Bréfritari: Þórarinn Stefánsson
Dagsetning: A-1920-01-03
Skrifað á: Vesturheimi

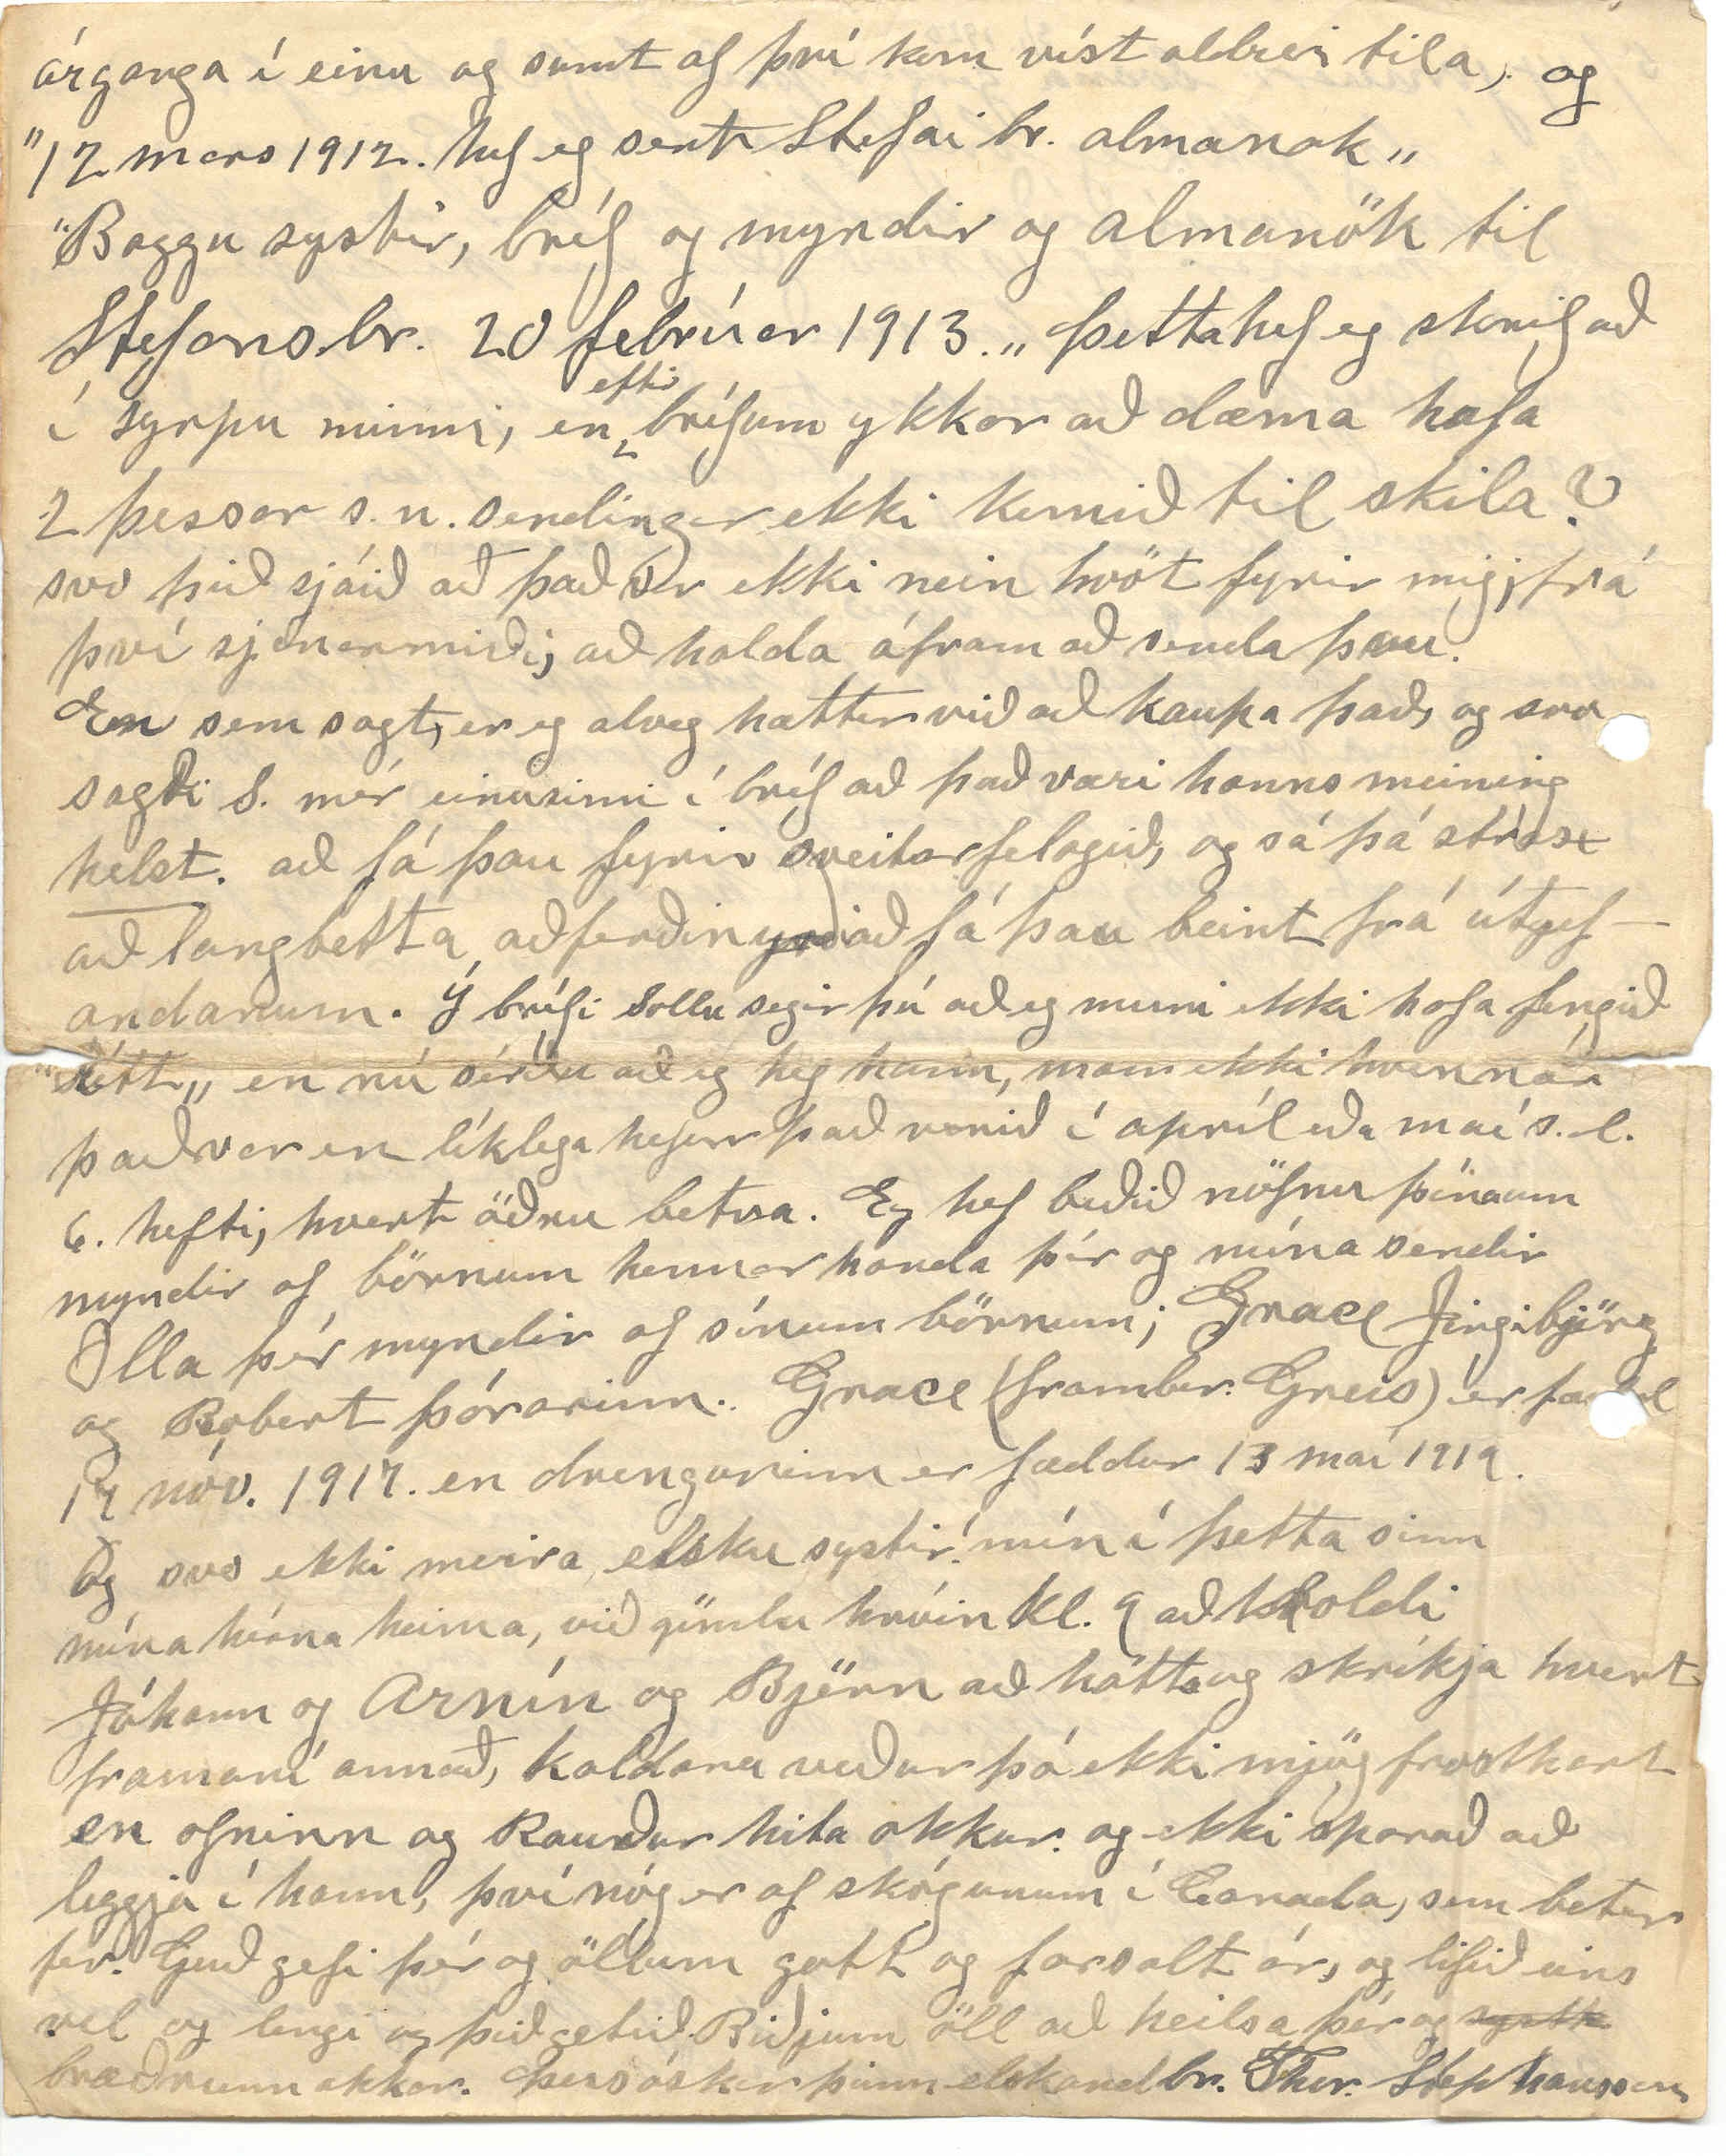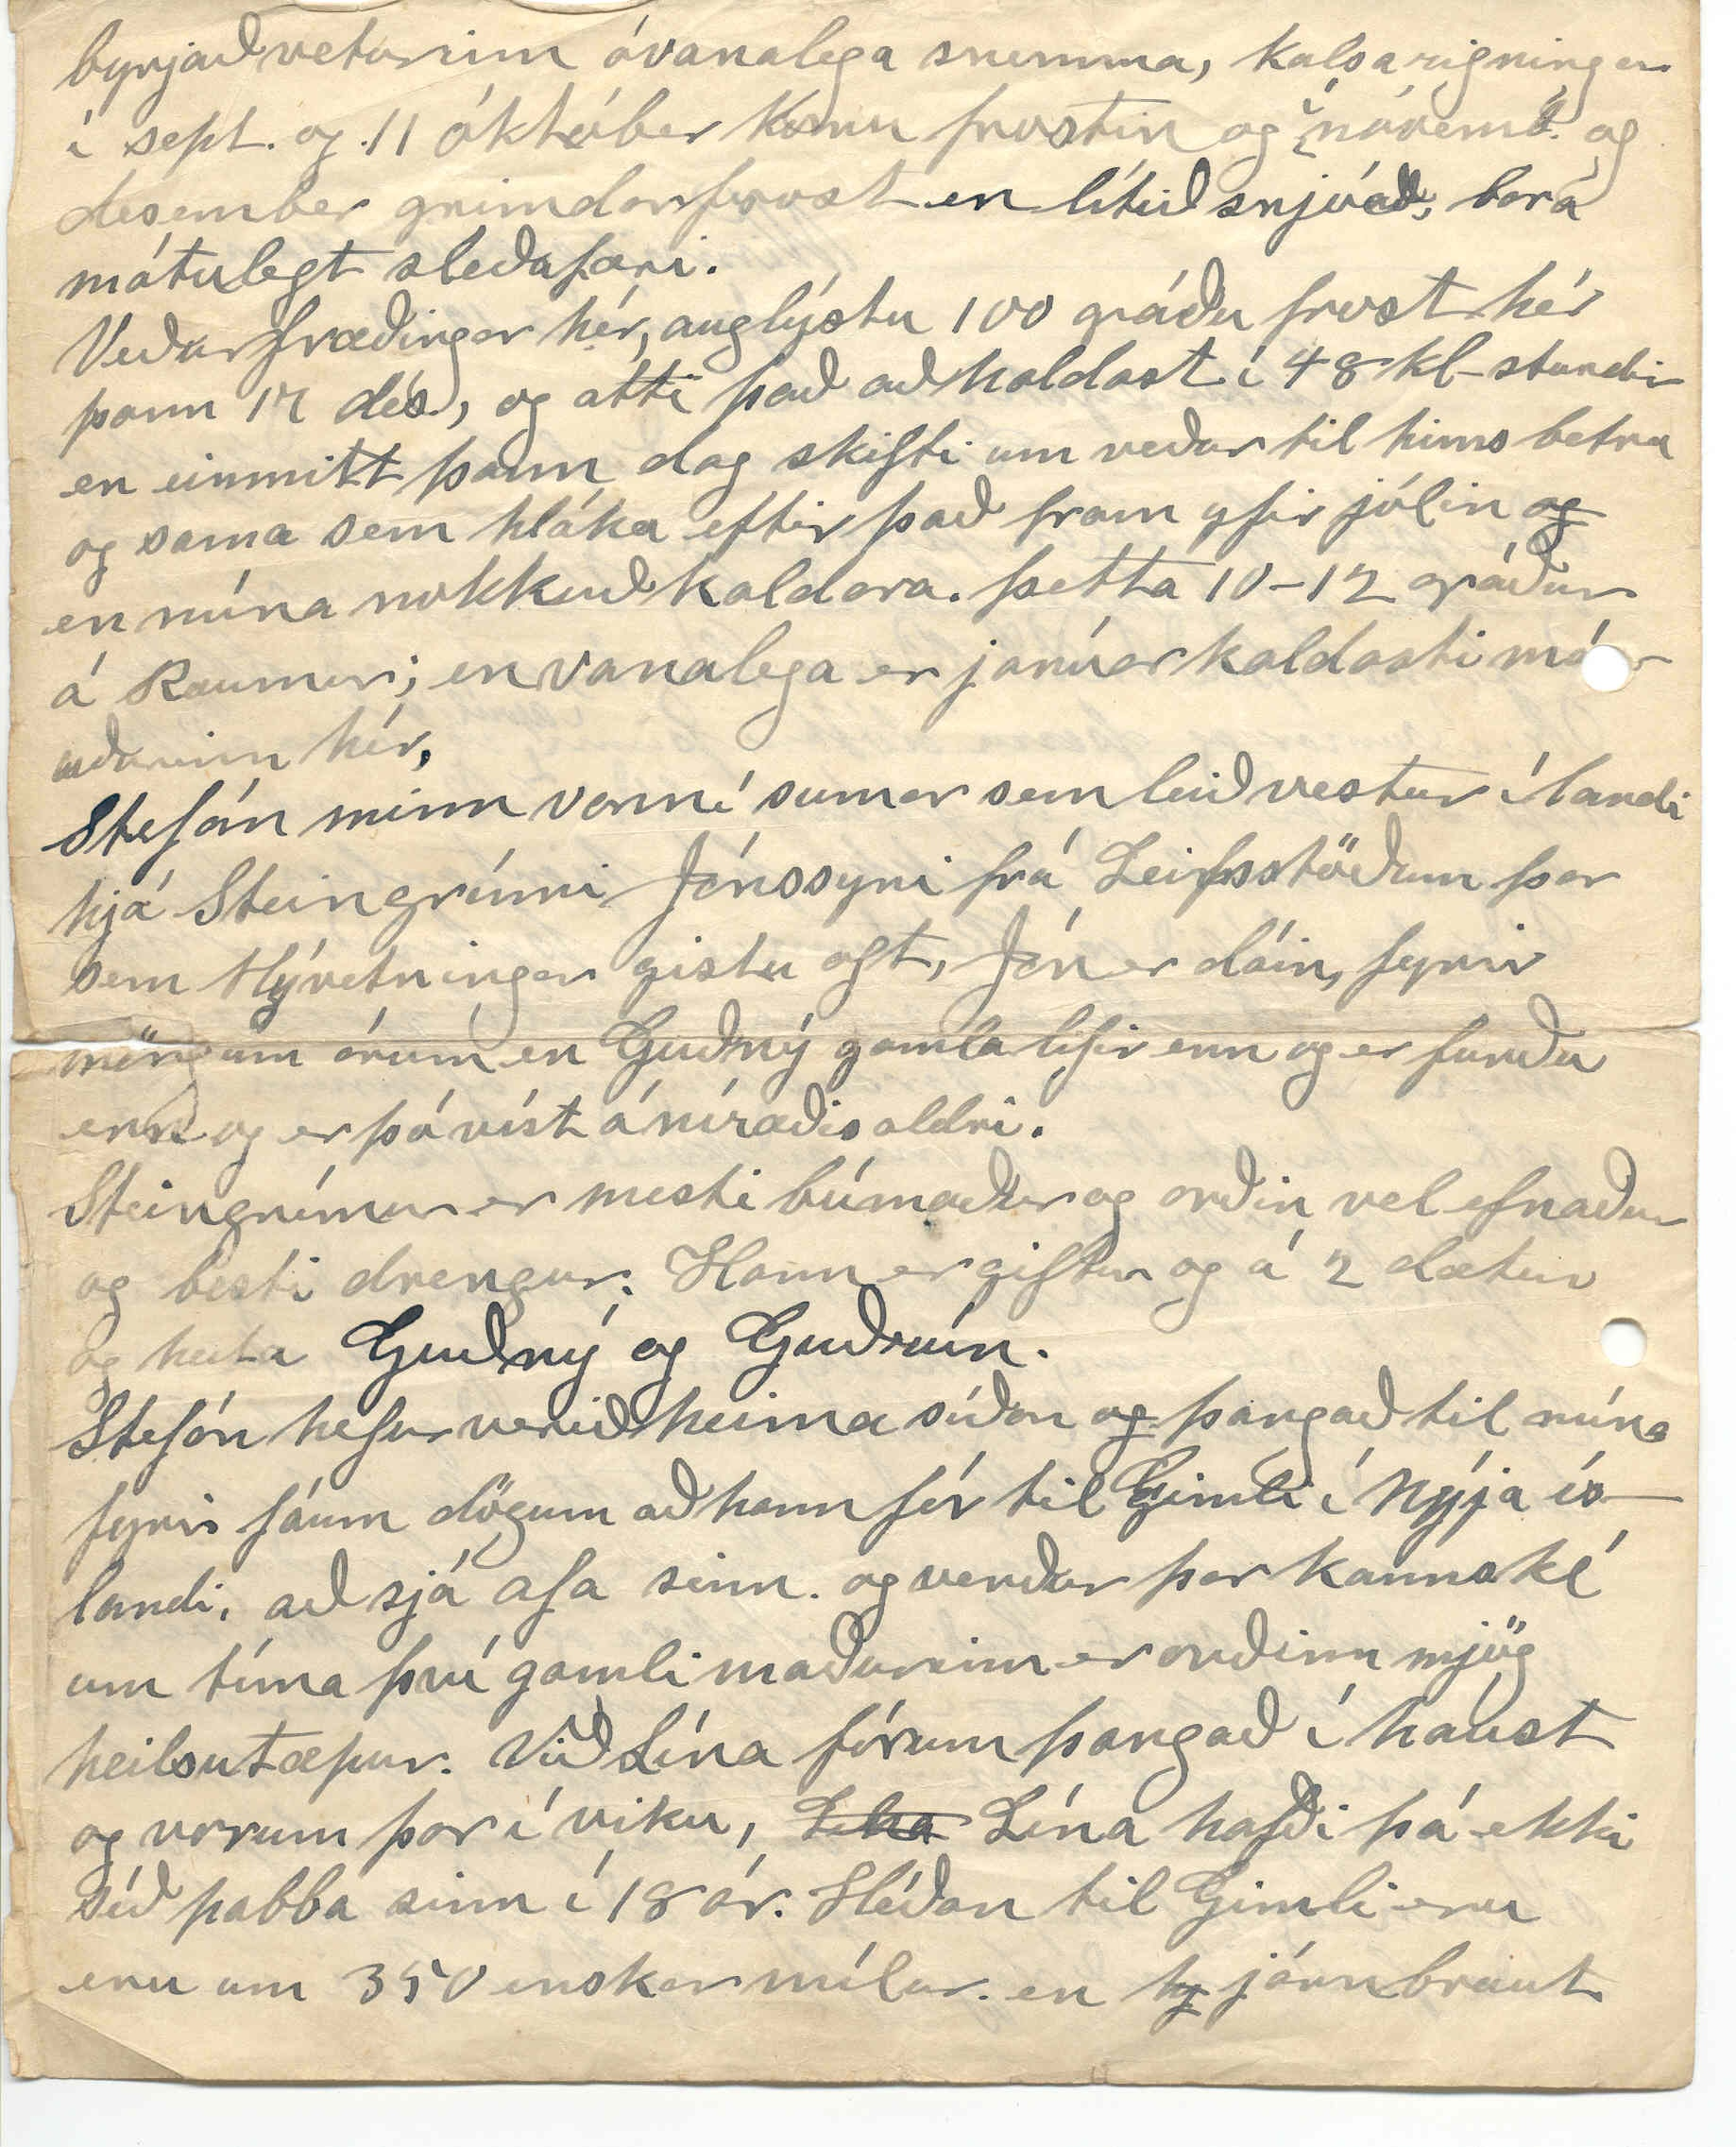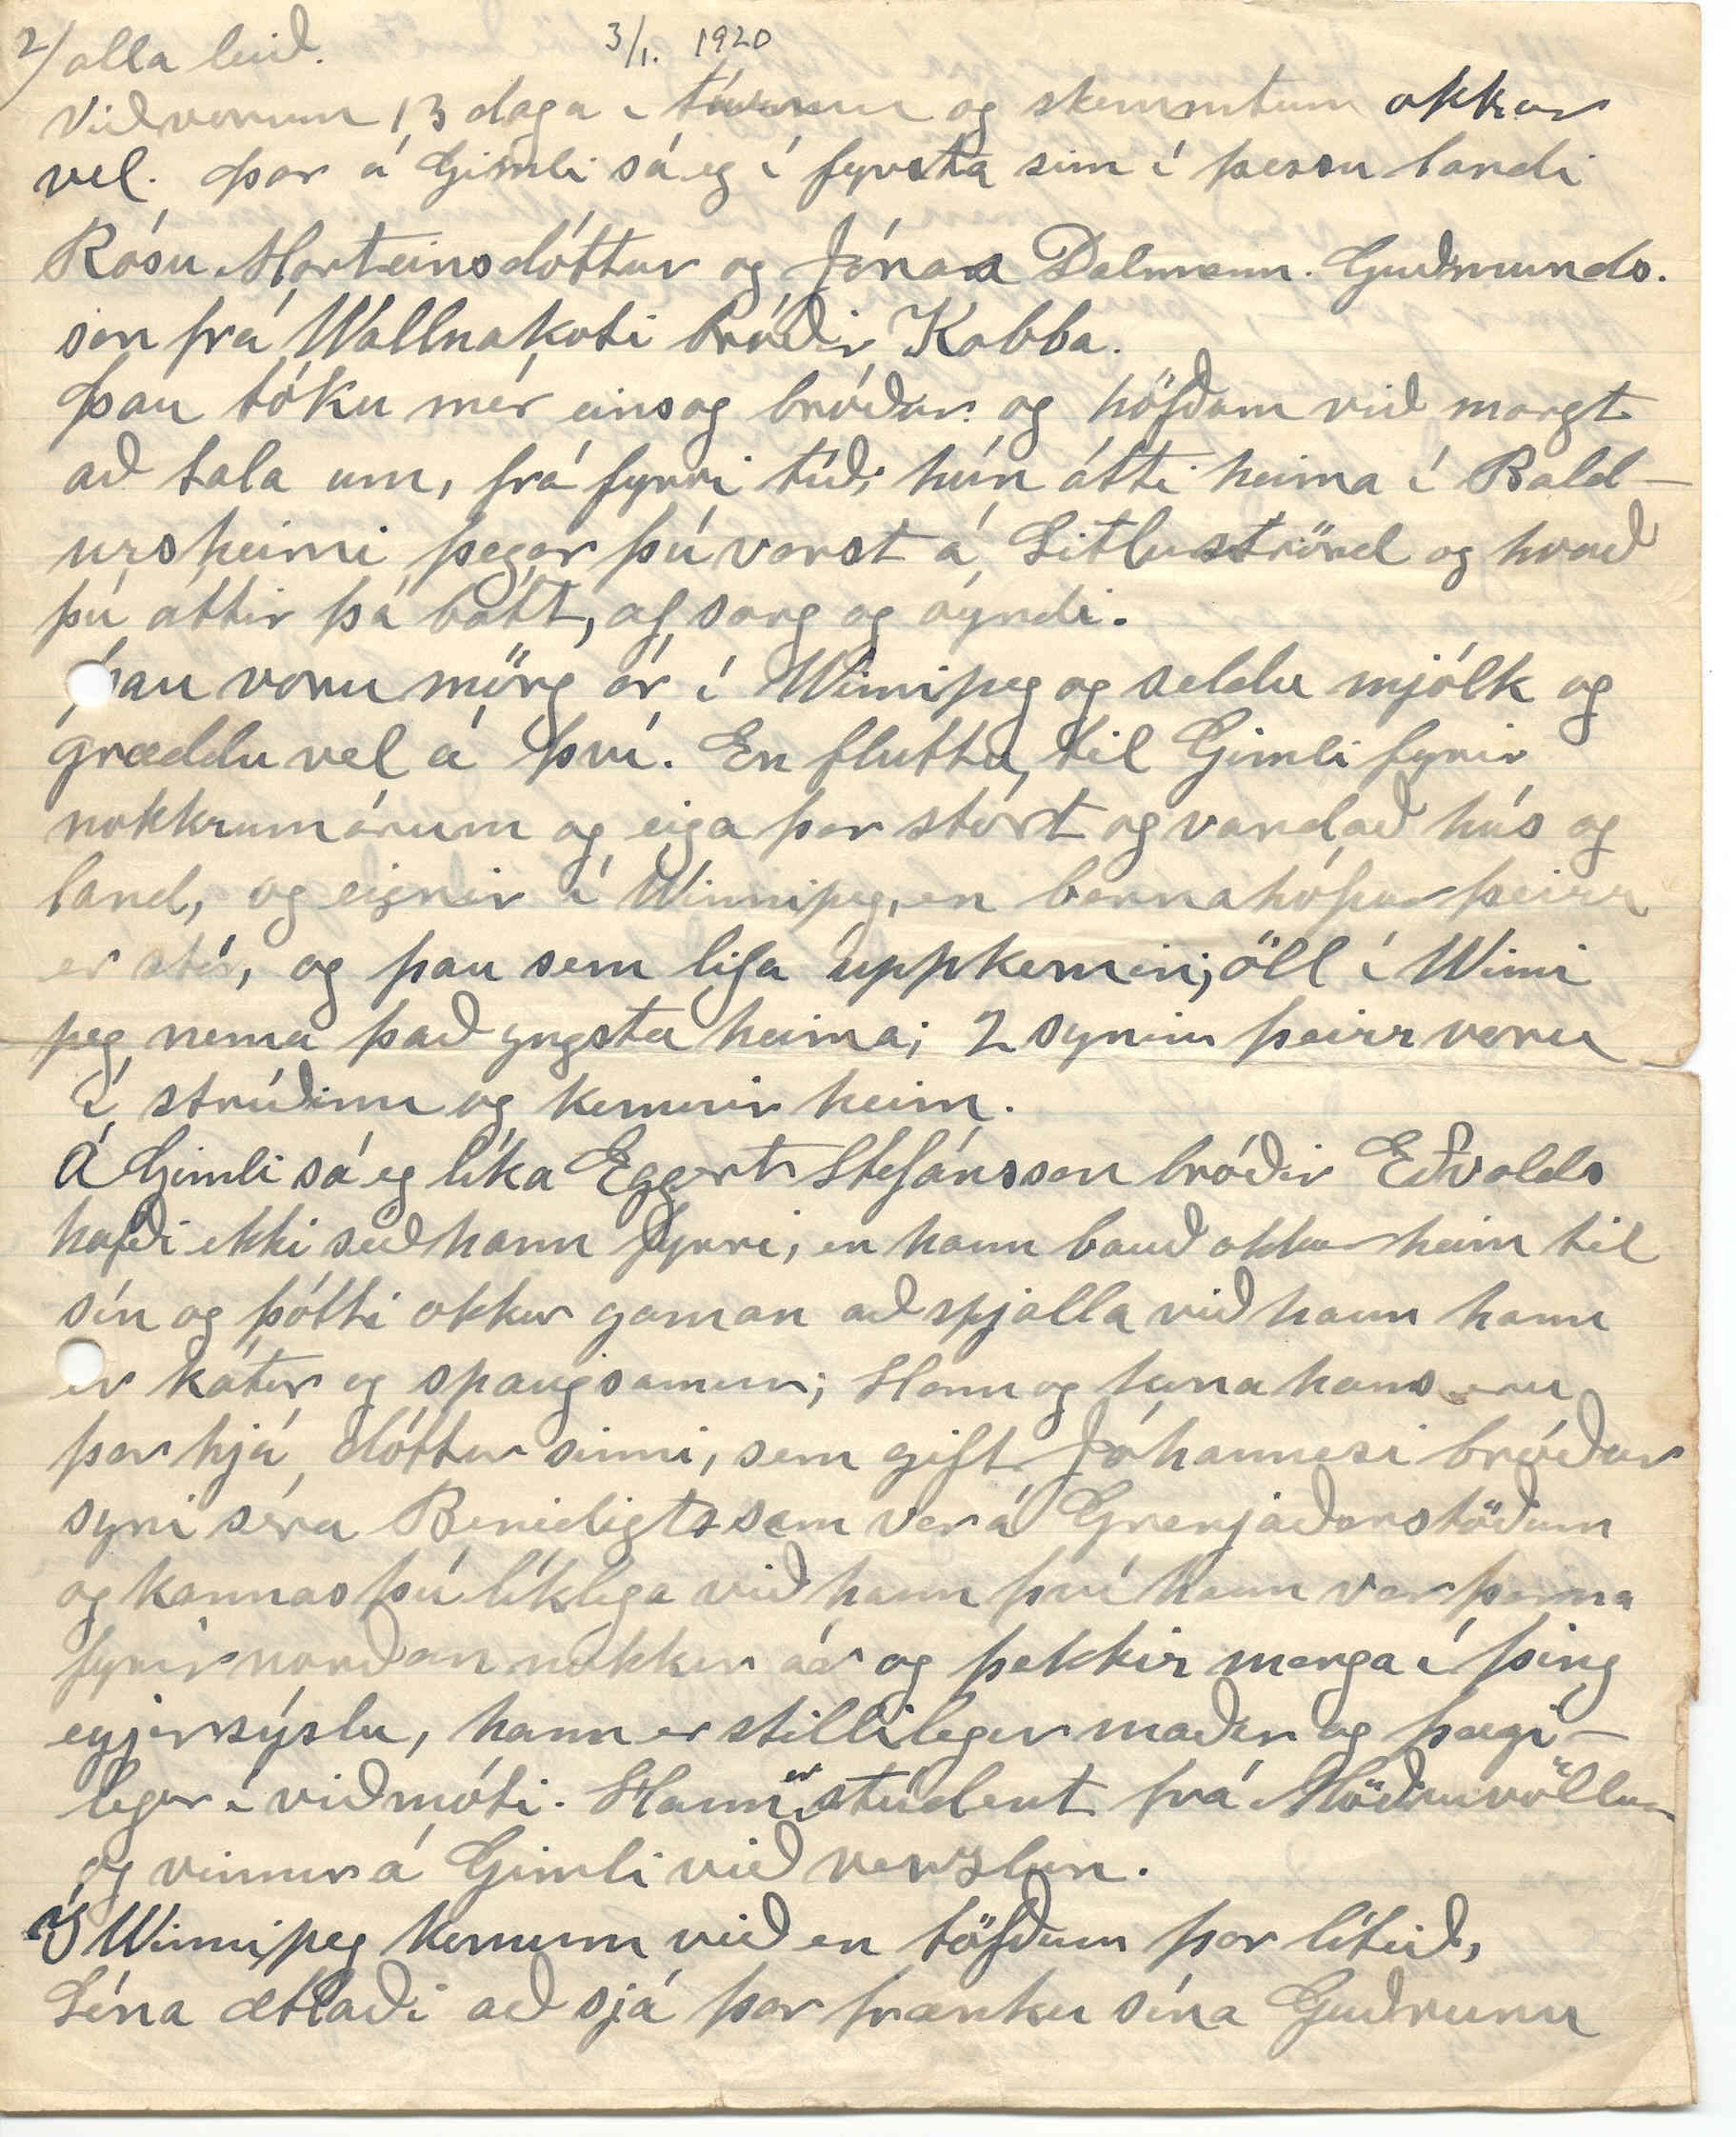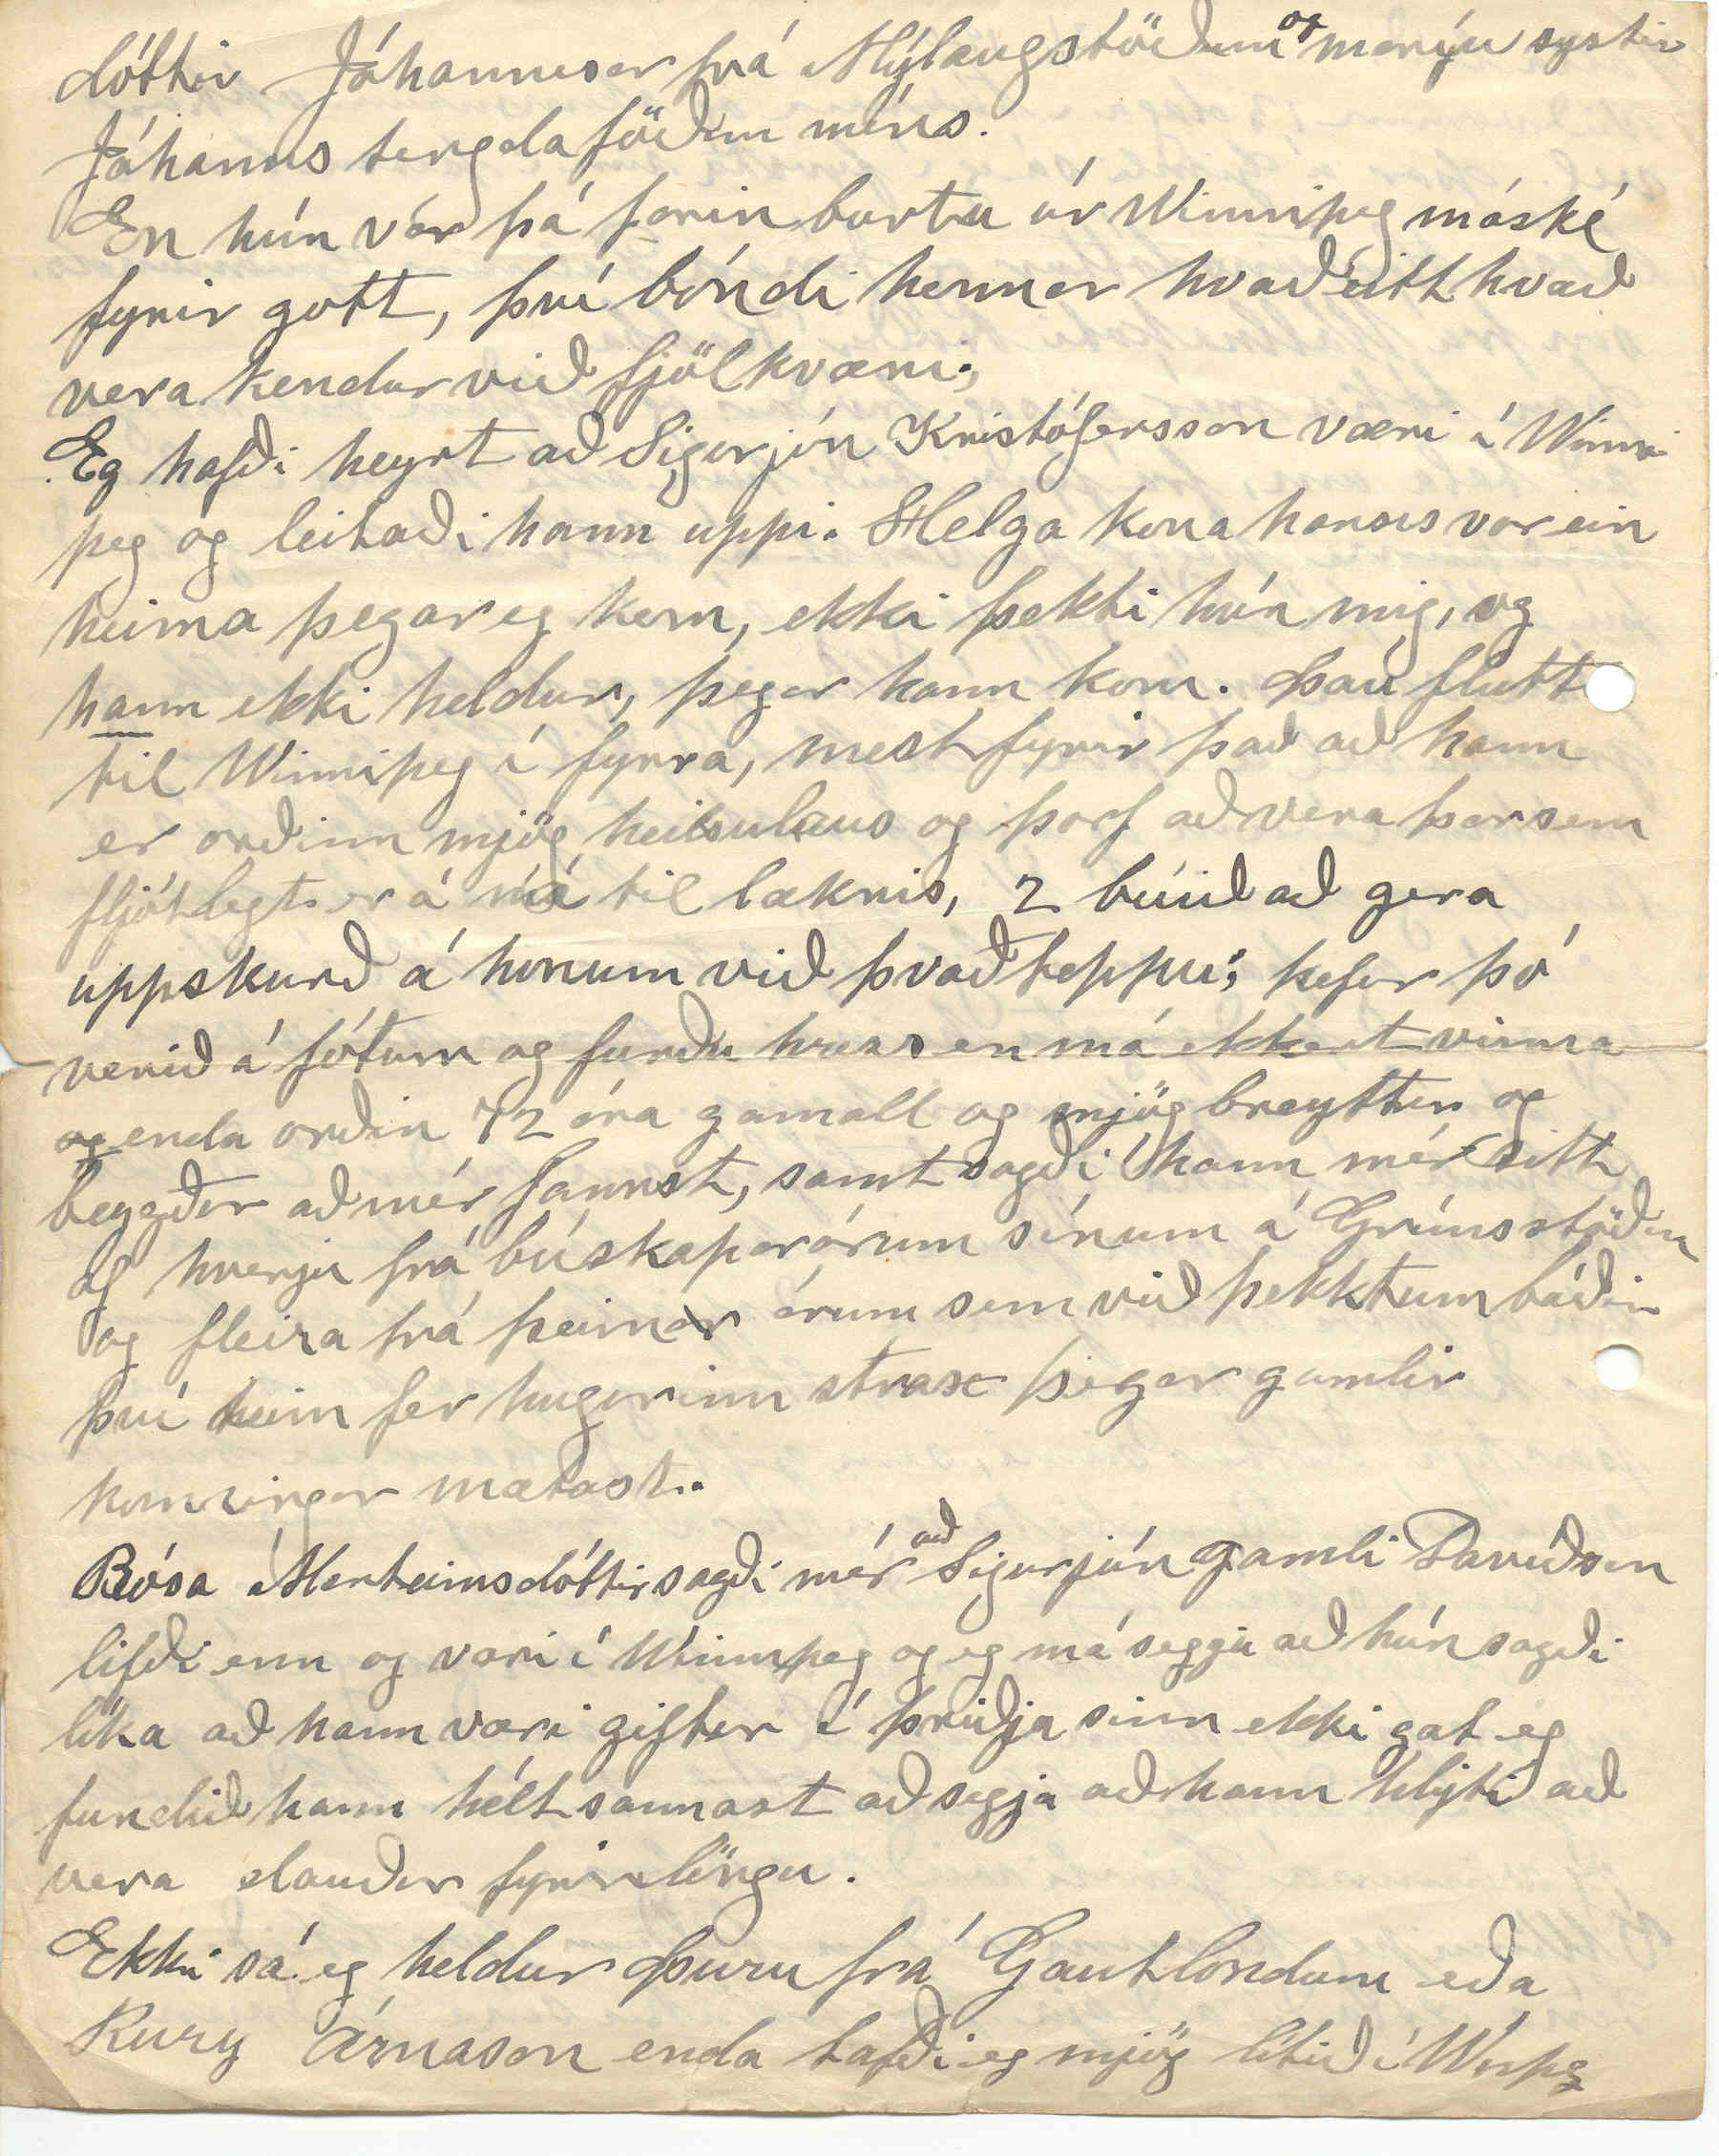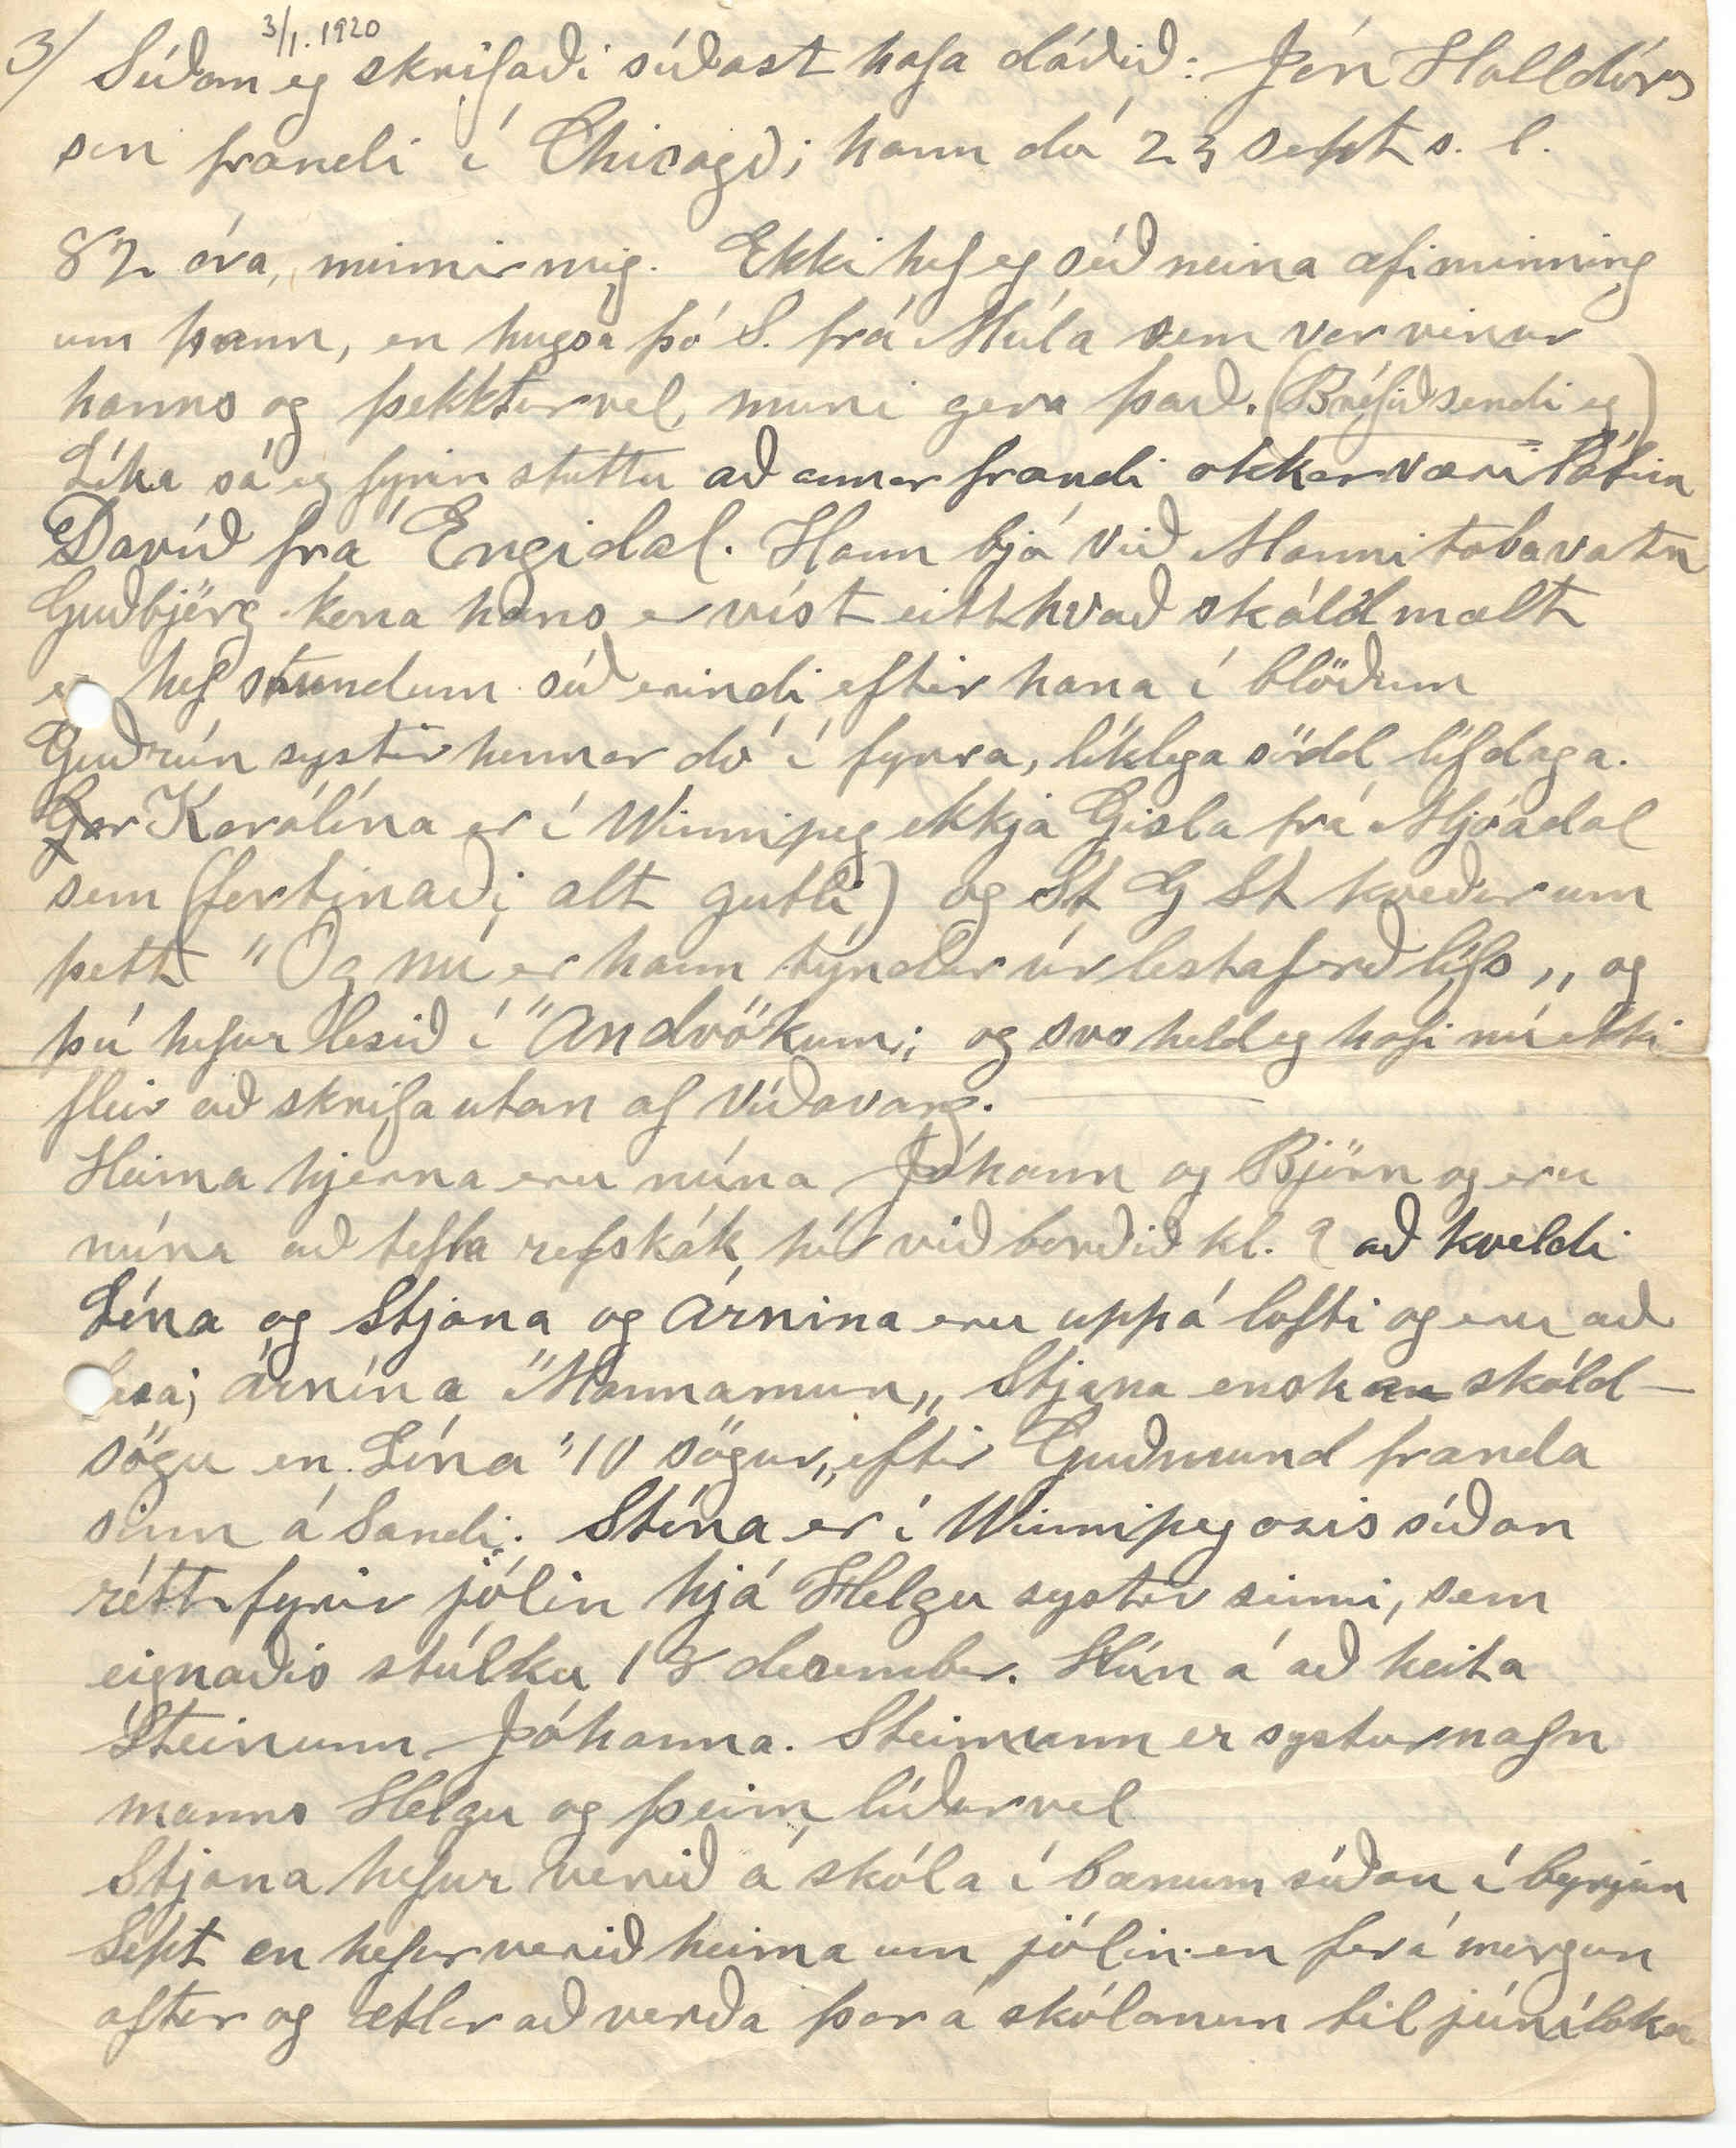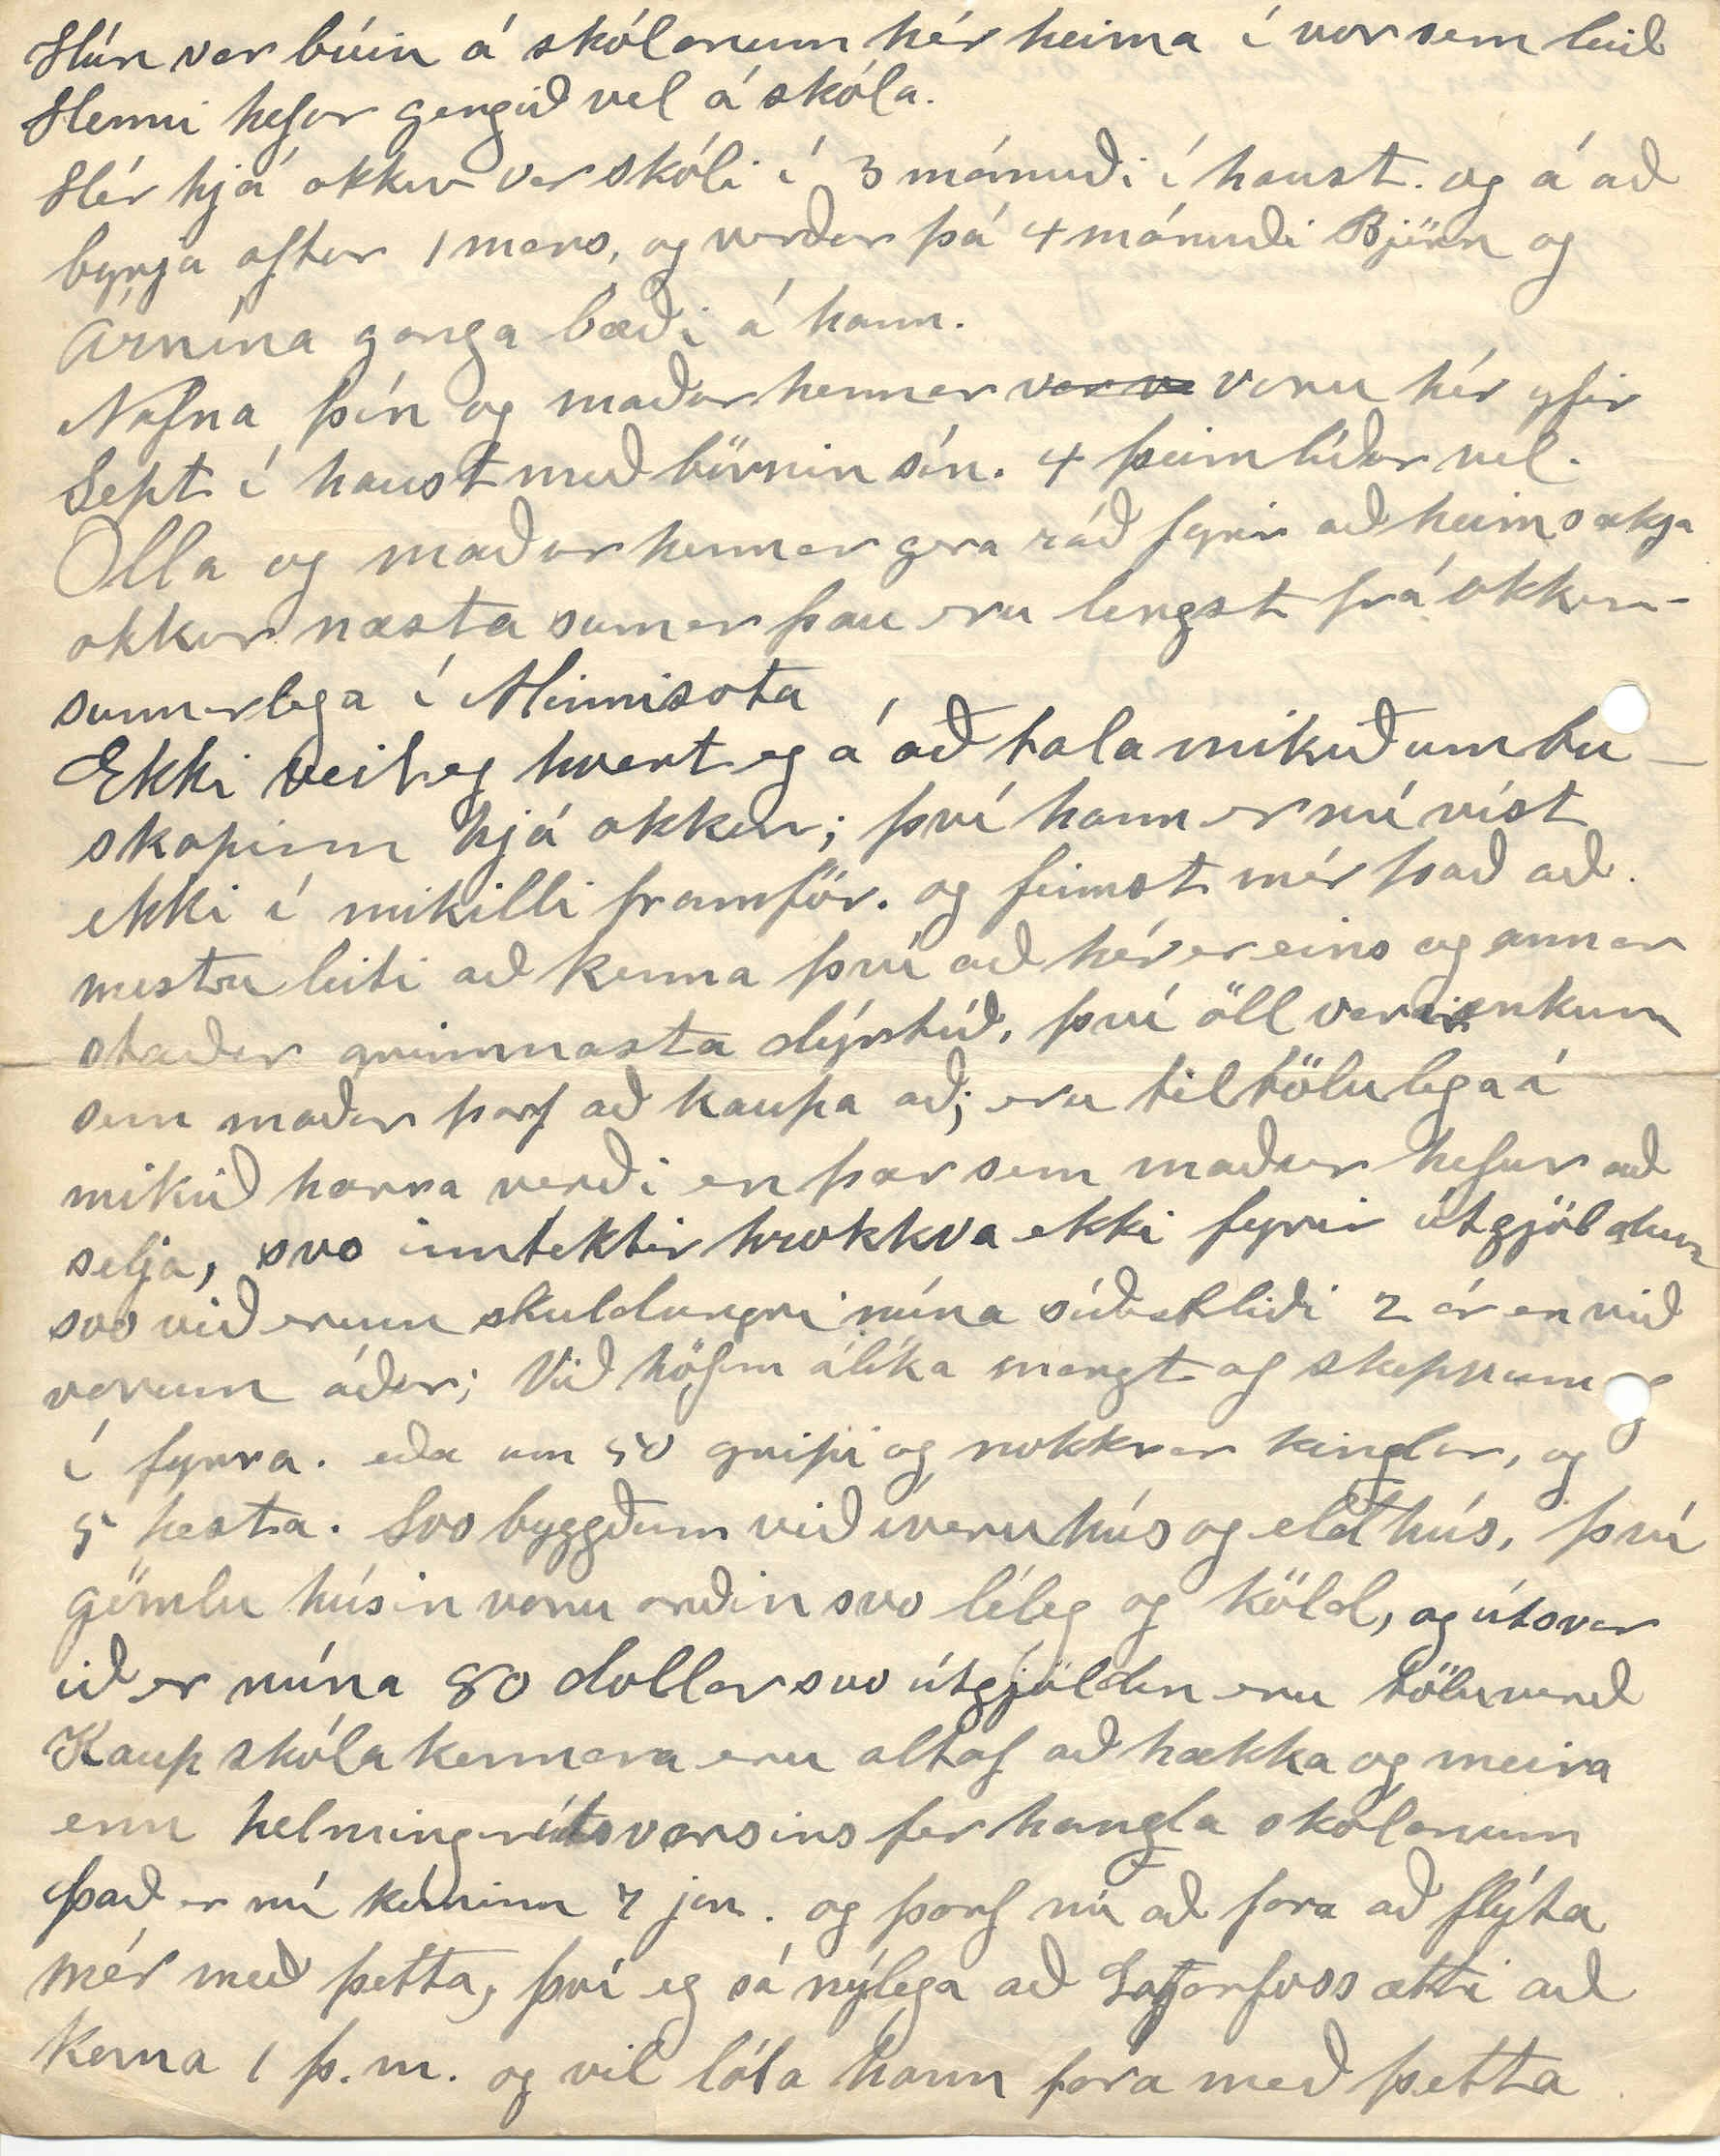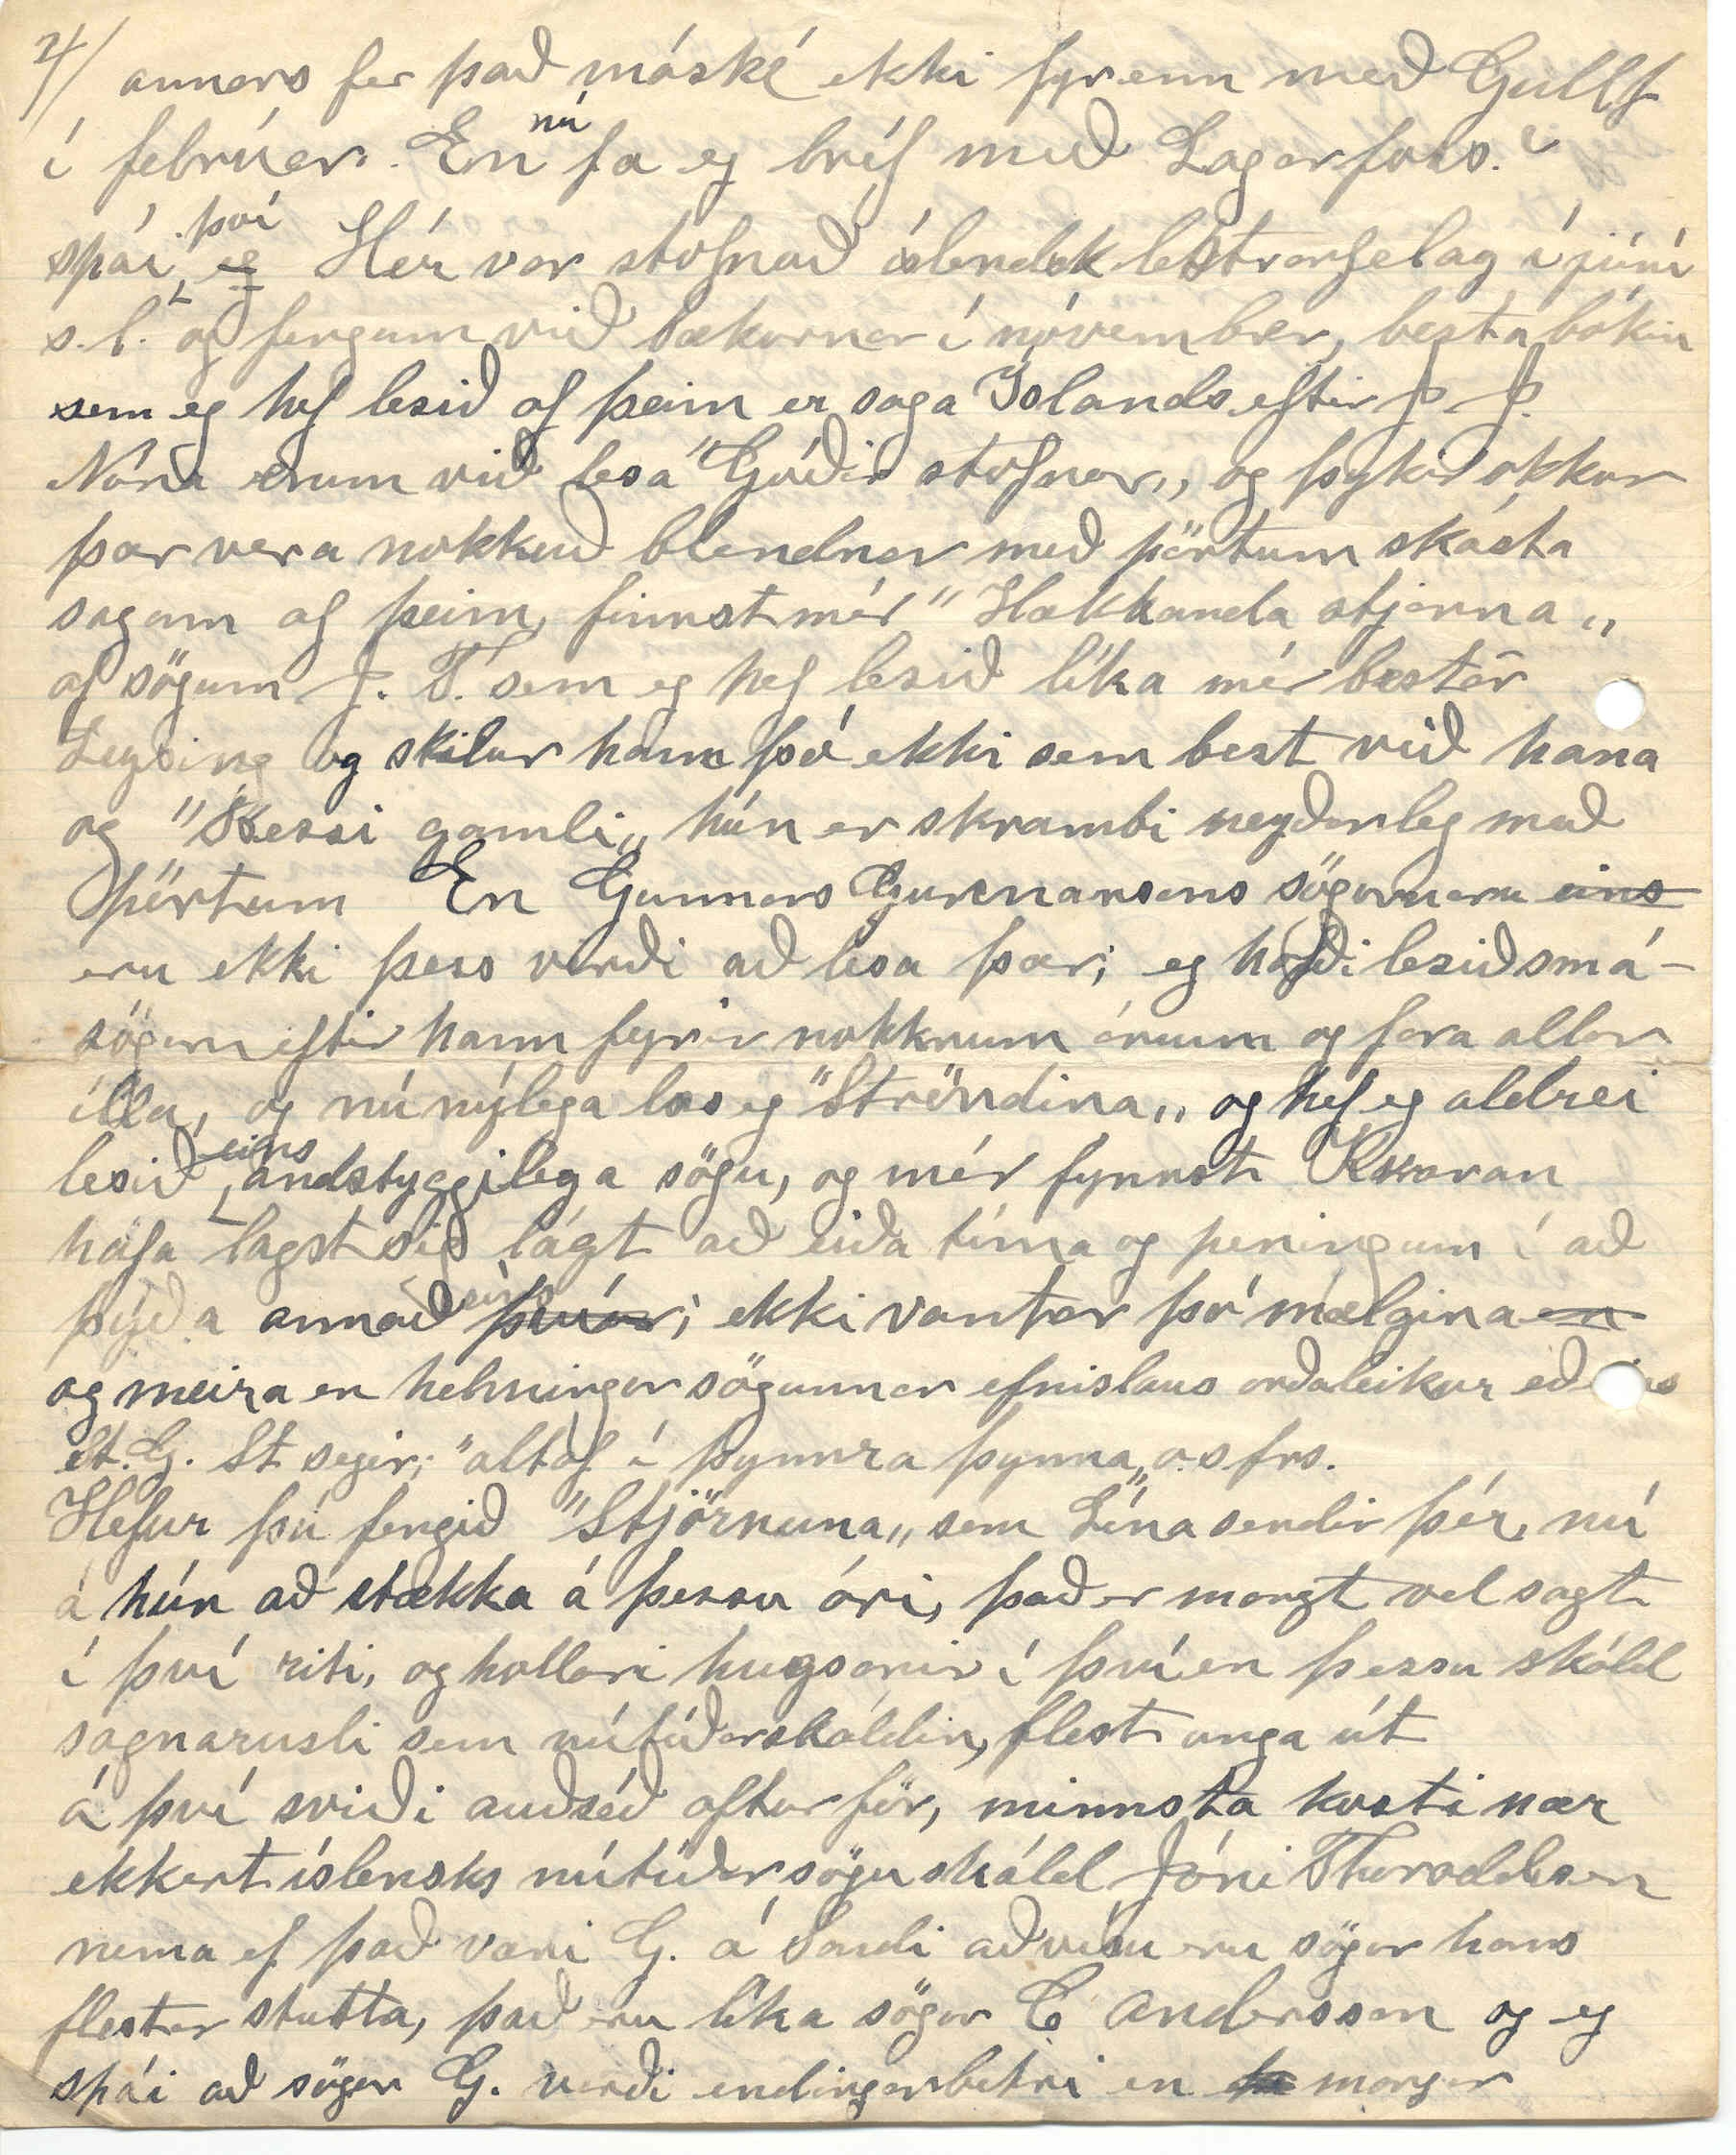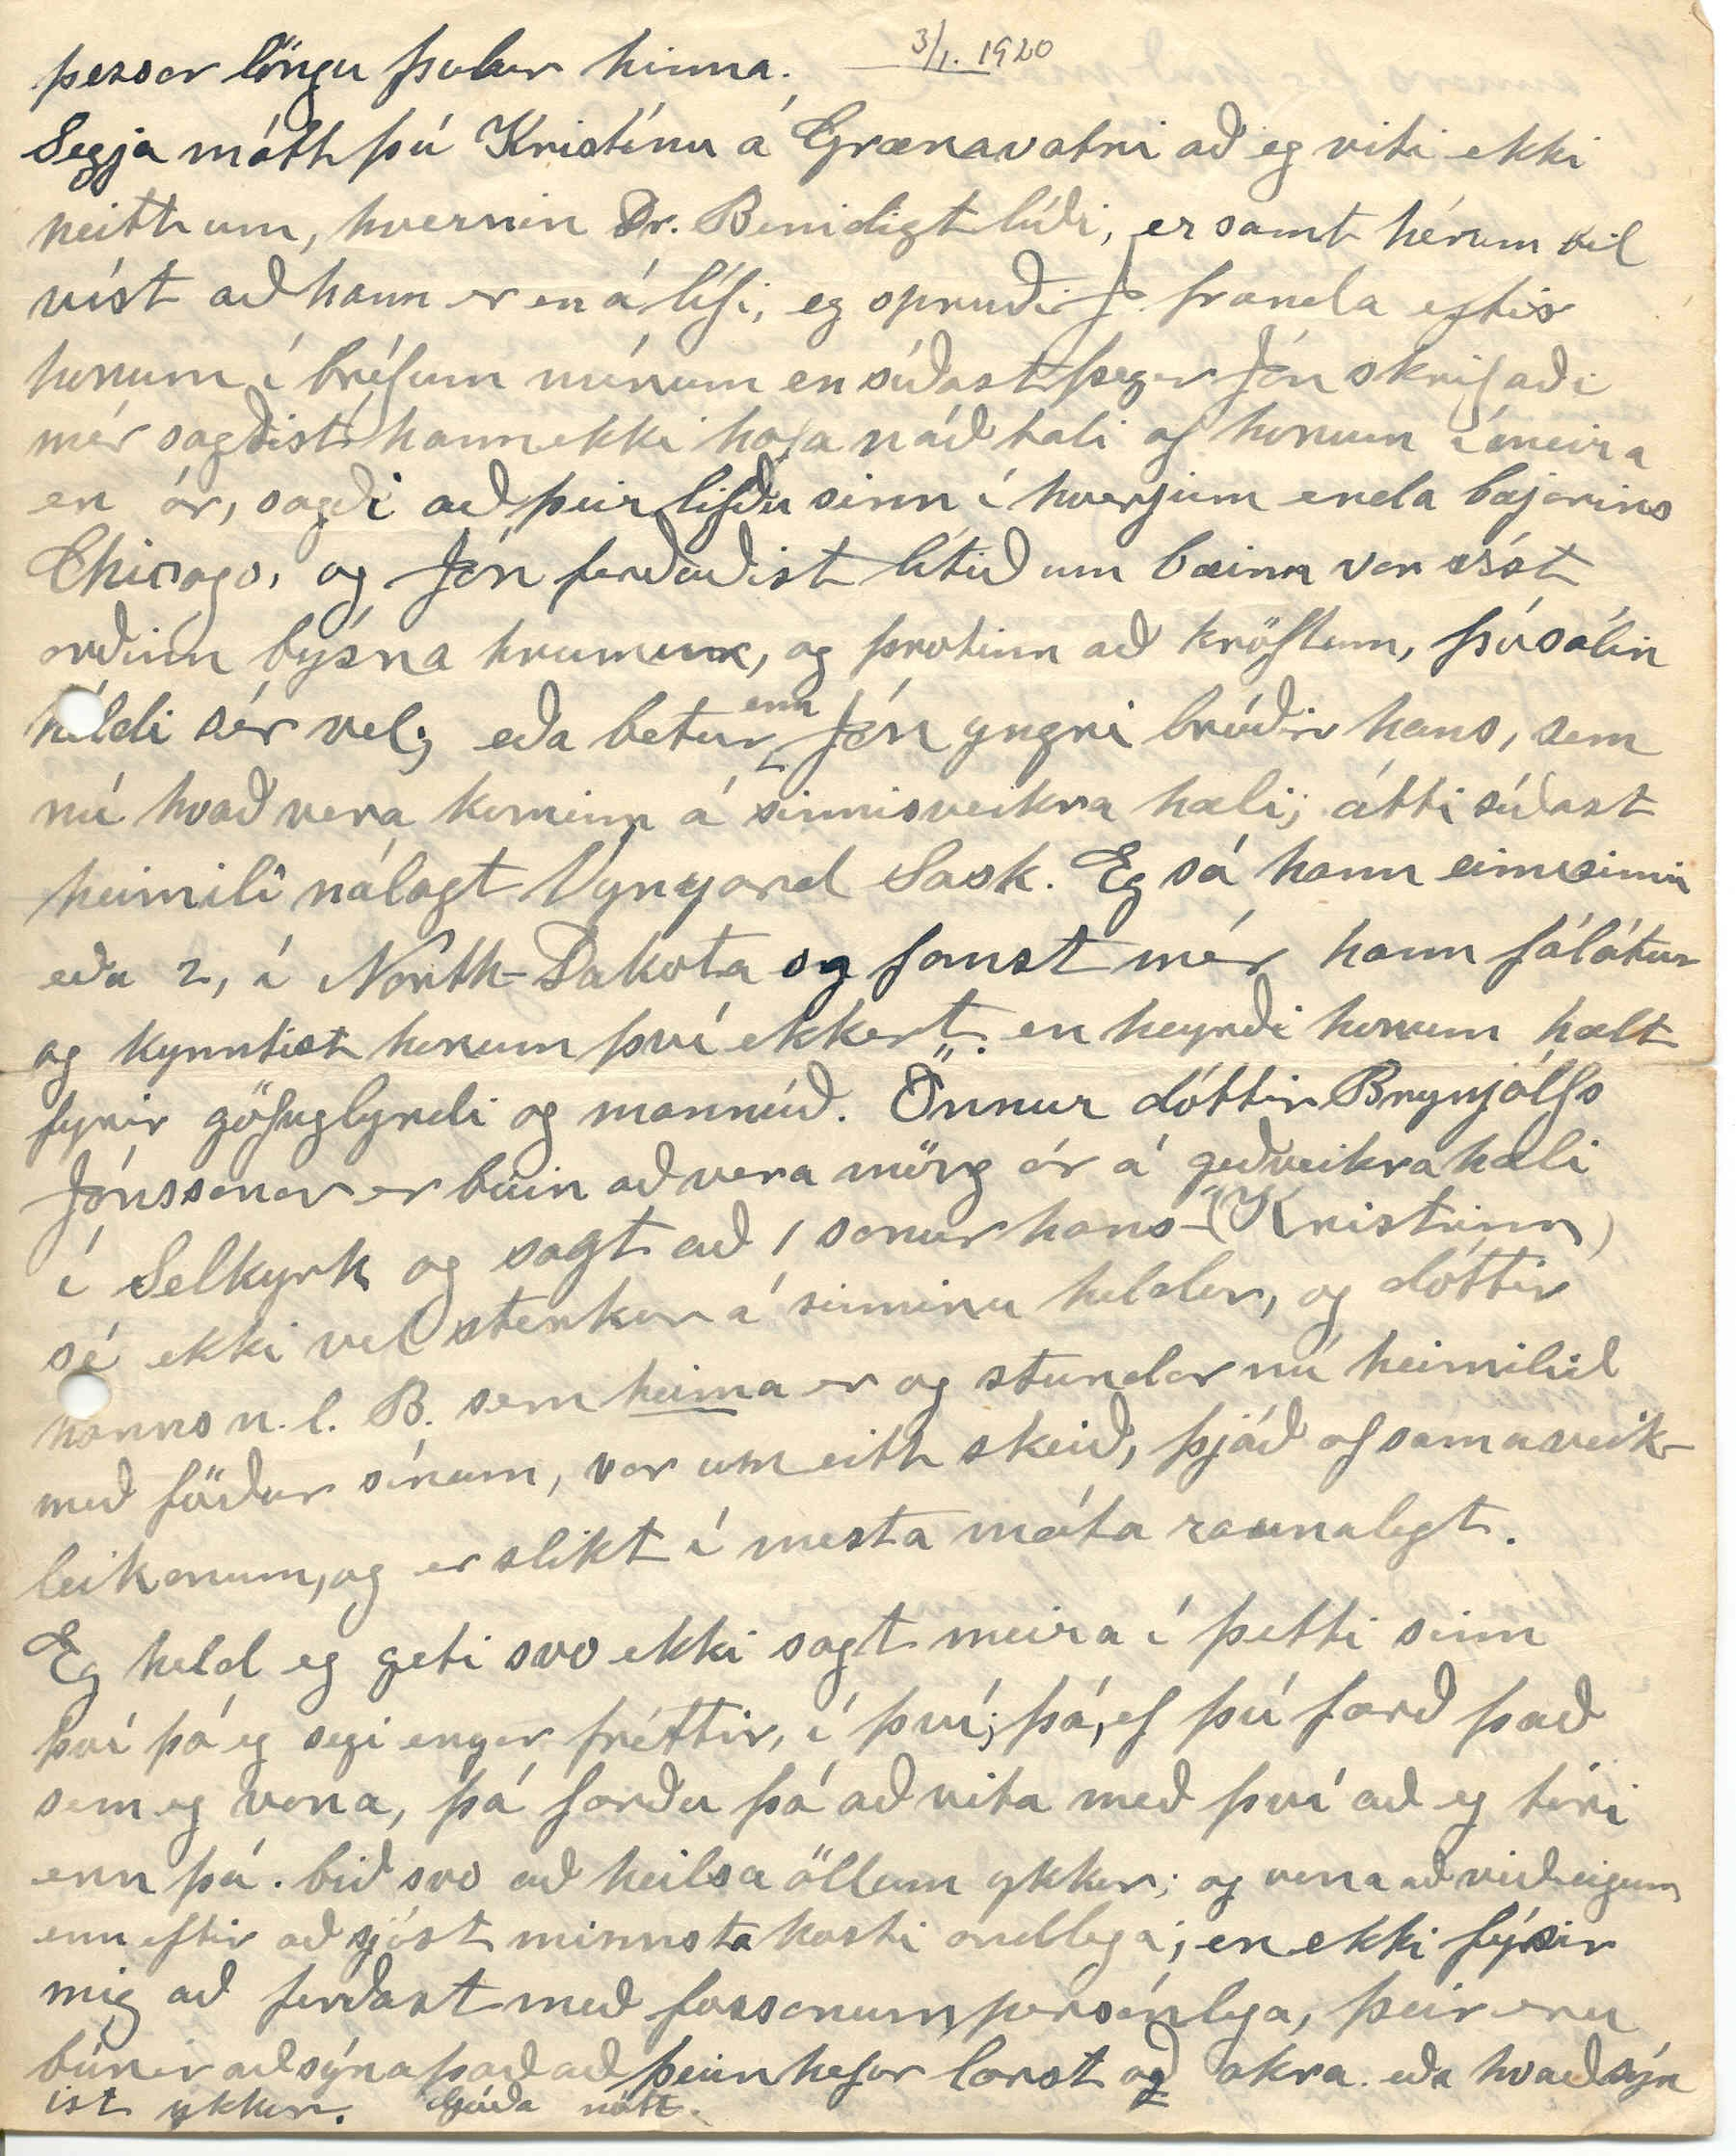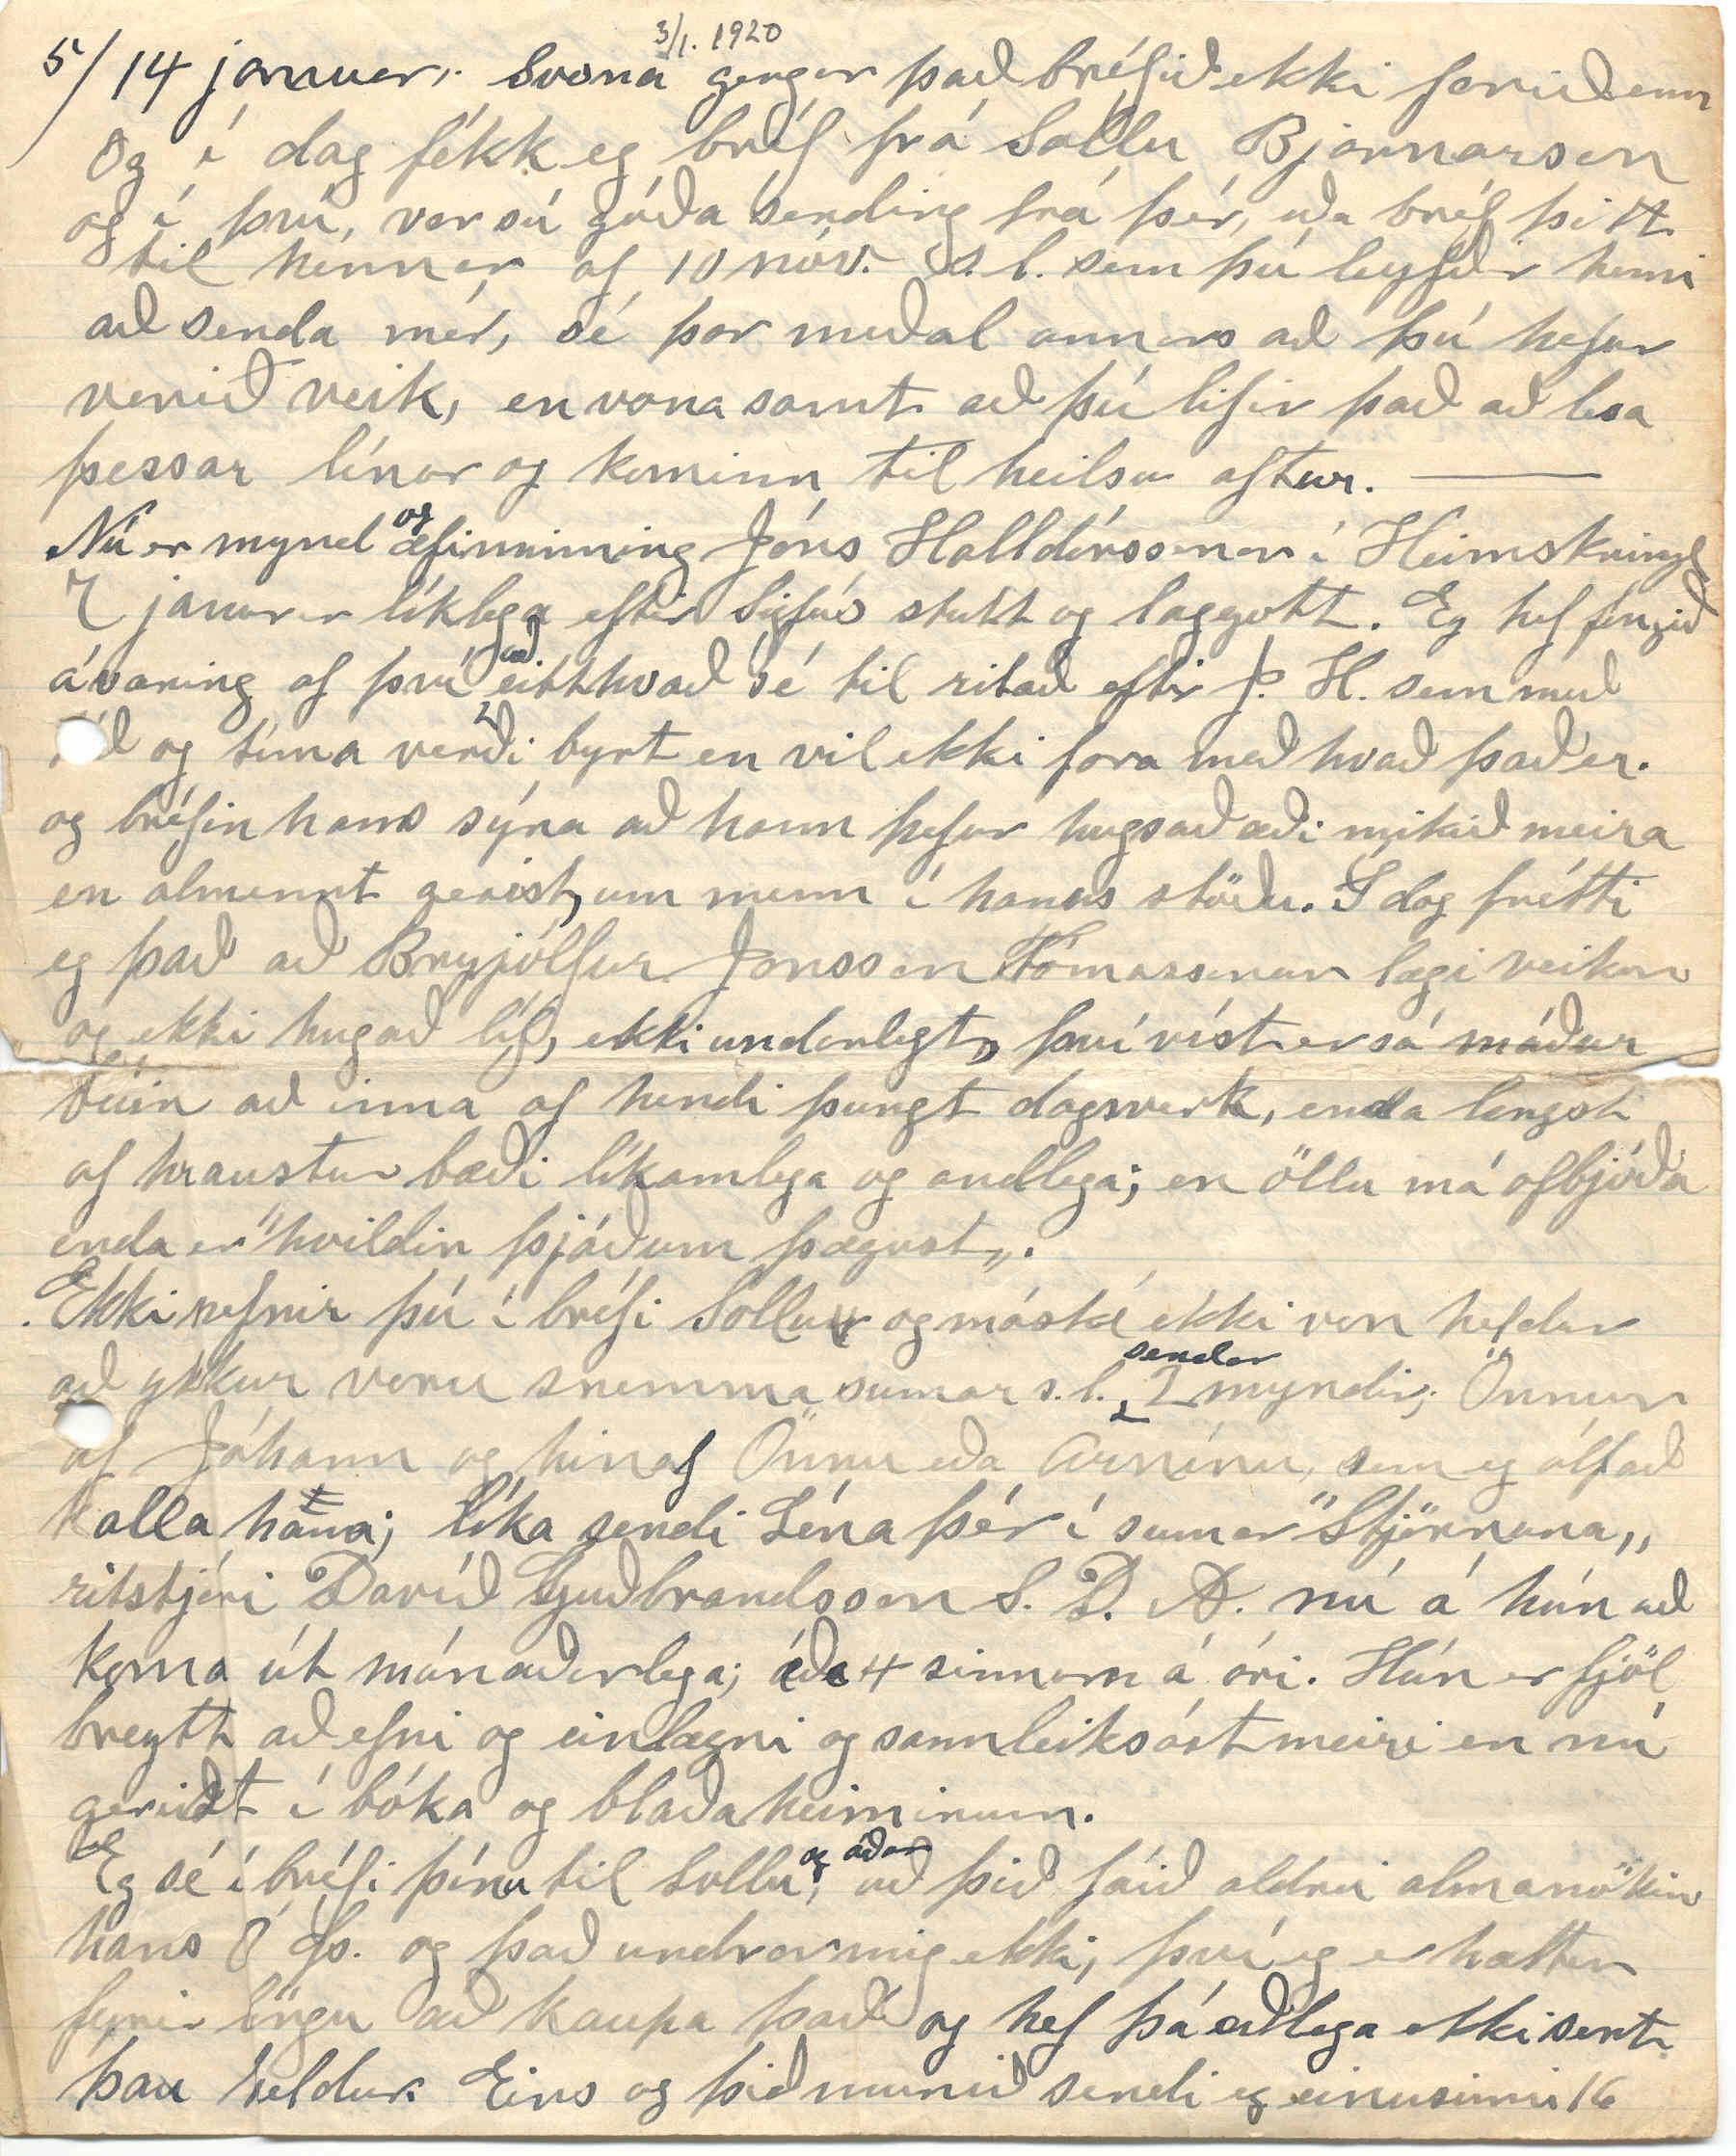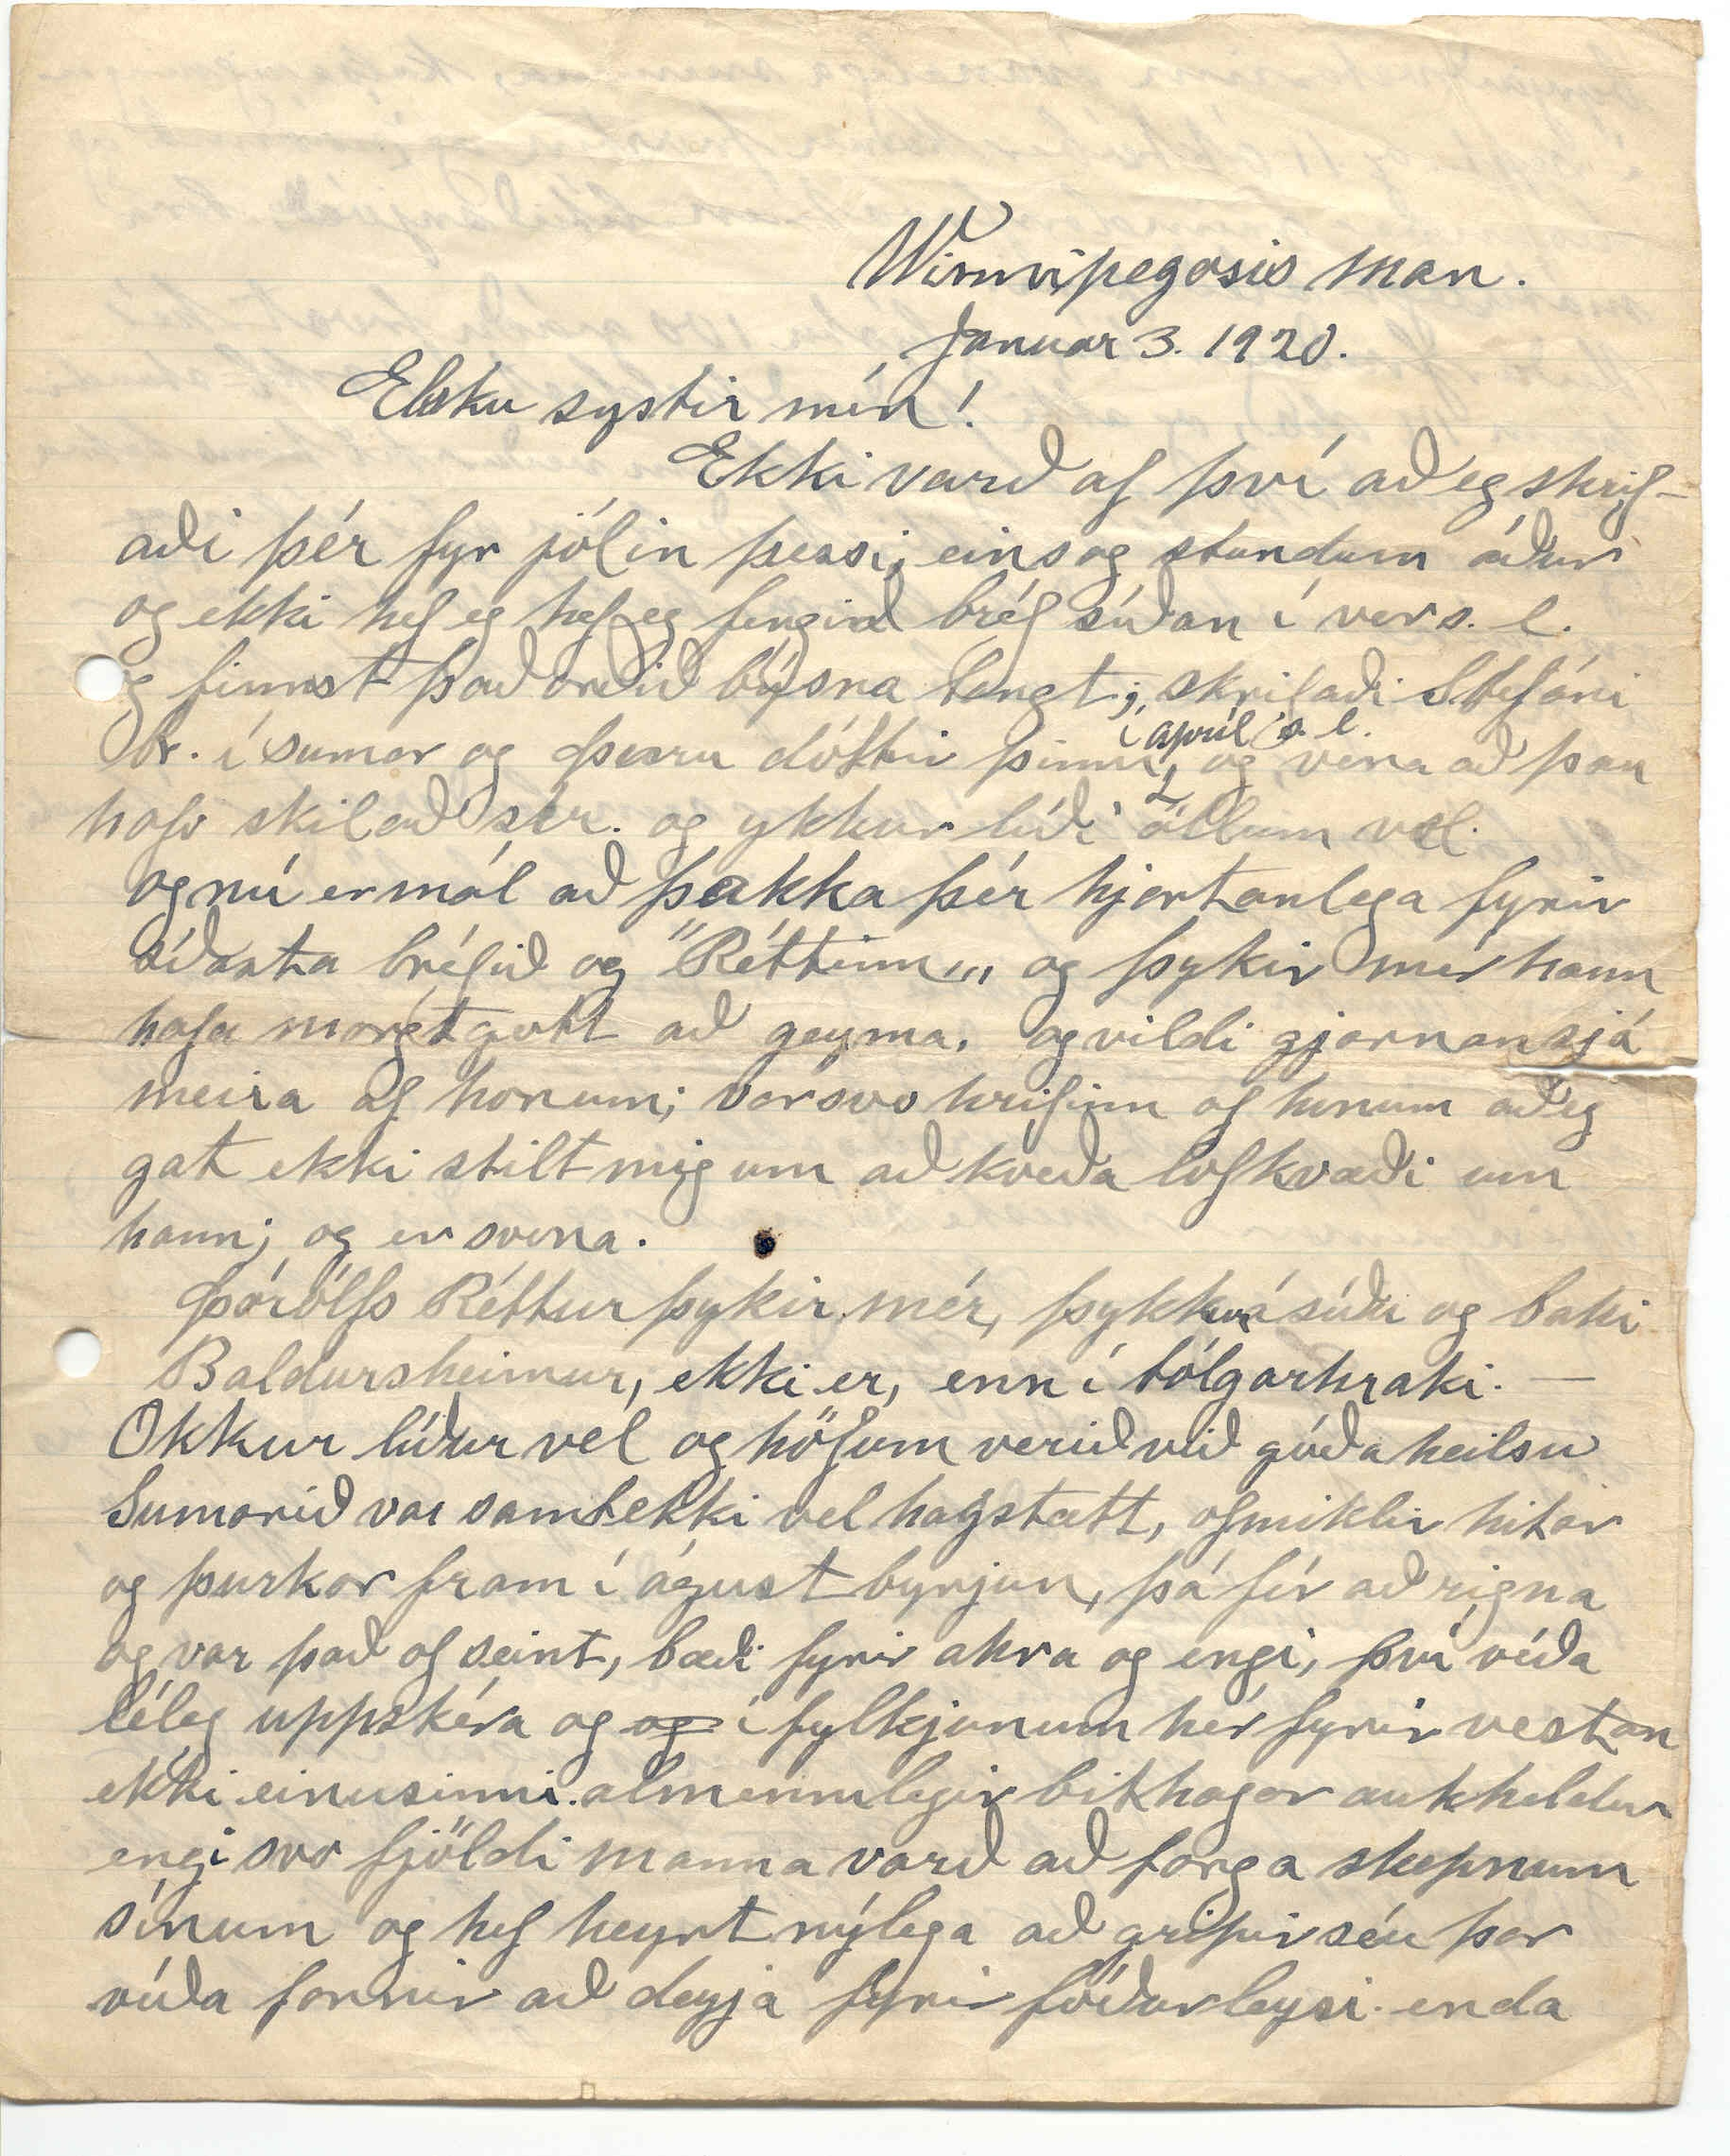

Winnipegosis man.
Januar 3. 1920
Elsku systir mín!
Ekki varð af því að eg skrifaði þér fyr jólin þessi, eins og stundum áður og ekki hef eg hef eg fengið bréf síðan í vor s.l. og finnst það orðið býsna langt; skrifaði Stefáni br. í sumar og Þuru dóttir þinni
í apríl s.l.
og vona að þau hafi skilað sér. og ykkur líði öllum vel. og nú er mál að þakka þér hjartanlega fyrir síðasta bréfið og ”Réttinn„ og þykir mér hann hafa margt gott að geyma. og vildi gjarnan sjá meira af honum; var svo hrifinn af honum að eg gat ekki stilt mig um að kveða lofkvæði um hann; og er svona.
Þórólfs Réttur þykir mér, þykkur á síðu og baki
Baldursheimur, ekki er, enn í tólgarhraki.
Okkur líður vel og höfum verið við góða heilsu Sumarið var samt ekki vel hagstætt, of miklir hitar og þurkar fram í ágúst byrjun, þá fór að rigna og var það of seint, bæði fyrir akra og engi, því víða léleg uppskéra og
og
í fylkjunum hér fyrir vestan ekki einusinni almennilegir bithagar aukheldur engi svo fjöldi manna varð að farga skepnum sínum og hef heyrt nýlega að gripir séu þar víða farnir að deyja fyrir fóðurleysi. enda
byrjað veturinn óvanalega snemma, kalsa rigningar í sept. og 11 óktóber komu frostin og
í
nóvemb. og desember grimdarfrost en lítið snjóað, bara mátulegt sleðafæri.
Veðurfræðingar hér auglýstu 100 gráðu frost hér þann 17 des, og átti það að haldast í 48 kl-stundir en einmitt þann dag skifti um veður til hins betra og sama sem hláka eftir það fram yfir jólin
og
en núna nokkuð kaldara. þetta 10-12 gráður á
Raumir
; en vanalega er janúar kaldasti mánuðurinn hér.
Stefán minn vann í sumar sem leið vestur í landi hjá Steingrími Jónssyni frá Leifsstöðum þar sem Mývetningar gistu oft, Jón er dáin fyrir mörgum árum en Guðný gamla lifir enn og er furðu ern og er þó víst á níræðisaldri.
Steingrímur er mesti búmaður og orðin vel efnaður og besti drengur. Hann er giftur og á 2 dætur og heita Guðný og Guðrún.
Stefán hefur verið heima síðan
og
þangað til núna fyrir fáum dögum að hann fór til Gimli í nýja íslandi, að sjá afa sinn. og verður þar kannské um tíma því gamli maðurinn er orðinn mjög heilsutæpur. Við Lína fórum þangað í haust og vorum þar í viku,
Lika
Lína hafði þá ekki séð pabba sinn í 18 ár. Héðan til Gimli eru eru um 350 enskar mílur. en
hj
járnbraut
alla leið.
Við vorum 13 daga i
túrnum
og skemmtum okkur vel. Þar á Gimli sá eg í fyrsta sinn í þessu landi Rósu Marteinsdóttur og Jónas Dalmann Guðmundsson frá Wallnakoti bróðir Kobba.
Þau tóku mér eins og bróður og höfðum við margt að tala um, frá fyrri tíð; hún átti heima í Baldursheimi þegar þú varst á Litluströnd og hvað þú áttir þá bátt, af sorg og óyndi.
Þau voru mörg ár í Winnipeg og seldu mjólk og græddu vel á því. En fluttu til Gimli fyrir nokkrum árum og eiga þar stórt og vandað hús og land, og eignir í Winnipeg, en barnahópur þeirr er stór, og þau sem lifa uppkomin; öll í Winnipeg nema það yngsta heima; 2 synir þeirr voru í stríðinu og komnir heim.
Á Gimli sá eg líka Eggert Stefánsson bróðir Eðvalds hafði ekki séð hann fyrri, en hann bauð okkur heim til sín og þótti okkur gaman að spjalla við hann hann er kátur og spaugsamur; Hann og kona hans eru þar hjá dóttur sinni, sem gift Jóhannesi bróðursyni séra Benidigt sem var á Grenjaðarstöðum og kannas þú líklega við hann því hann var þarna fyrir norðan nokkur ár og þekkir marga í þingeyjarsýslu, hann er stillilegur maður og þægilegur í viðmóti. Hann
er
stúdent frá Möðruvöllum og vinnur á Gimli við verslun.
Í Winnipeg komum við en töfðum þar lítið, Lína ætlaði að sjá þar frænku sína Guðrunu
dóttir Jóhannesar frá Mýlaugstöðum
og
maríu systir Jóhanns tengdaföður míns.
En hún var þá farin burtu úr Winnipeg máské fyrir gott, því bóndi hennar hvað eitthvað vera kendur við fjölkvæni.
Eg hafði heyrt að Sigurjón Kristófersson væri í Winnipeg og leitaði hann uppi. Helga kona hanns var ein heima þegar eg kom, ekki þekti hún mig, og
hann
ekki heldur, þegar hann kom. Þau flutt til Winnipeg í fyrra, mest fyrir það að hann er orðinn mjög heilsulaus og þarf að vera þar sem fljótlegt er á ná til læknis, 2 búið að gera uppskurð á honum við þvaðteppu; hefur þó verið á fótum og furðu hress en má ekkert vinna
og
enda orðin 72 ára gamall og mjög breyttur og beygður að mér fannst, samt sagði hann mér sitt af hverju frá búskaparárum sínum á Grímsstöðum og fleira frá þeim
ar
árum sem við þekktum báðir því heim fer hugurinn strax þegar gamlir kunningar mætast.
Rósa Marteinsdóttir sagði mér
að
Sigurjón gamli Davíðson lifði enn og væri í Winnpeg og eg má segja að hún sagði líka að hann væri giftur í þriðja sinn ekki gat eg fundið hann hélt sannast að segja að hann hlyti að vera dauður fyrir löngu.
Ekki sá eg heldur Þuru frá Gautlondum eða Rury árnason enda tafði eg mjög lítið í Wnpg
Síðan eg skrifaði síðast hafa dáðið: Jón Halldórsson frændi í Chicago; hann dó 23 sept s.l. 82 ára, minnir mig. Ekki hef eg séð neina æfiminning um hann, en hugsa þó S. frá Múla sem var vinur hanns og þekktur vel muni gera það.
(Bréfið sendi eg)
Líka sá eg fyrir stuttu að annar frændi okkar væri látin Davíð frá Engidal. Hann bjó við Mannitobavatn Guðbjörg kona hans er víst eitthvað skáldmælt eg hef stundum séð erindi eftir hana í blöðum Guðrún systir hennar dó í fyrra, líklega södd lífdaga.
Gar
Karólína er í Winnipeg ekkja Gisla frá Mjóadal sem
(fertinaði alt gutli)
og St G St kveður um þett ”Og nú er hann týndur úr lestafrð lífs„ og þú hefur lesið í ”Andvökum„ og svo held eg hafi nú ekki fleir að skrifa utan af víðavang.
Heima hjerna eru núna Jóhann og Björn og eru núna að tefla refskák hér við borðið kl. 9 að kveldi Lína og Stjana og Árnina eru uppá lofti og eru að lesa; Árnína ”Mannamun„ Stjana enskan skáldsögu en Lína ”10 sögur„ eftir Guðmund frænda sinn á Sandi. Stína er í Winnipegosis síðan rétt fyrir jólin hjá Helgu systir sinni, sem eignaðis stúlku 18 desember. Hún á að heita Steinunn Jóhanna. Steinunn er systurnafn manns Helgu og þeim líður vel
Stjana hefur verið á skóla í bænum síðan í byrjun Sept en hefur verið heima um jólin. en fer á morgun aftur og ætlar að verða þar á skólanum til júníloka
Hún var búin á skólanum hér heima í vor sem leið Henni hefur gengið vel á skóla.
Hér hjá okkur var skóli í 3 mánuði í haust. og á að byrja aftur 1 mars, og verður þá 4 mánuði Björn og Árnína ganga bæði á hann.
Nafna þín og maður hennar
var v
voru hér yfir Sept í haust með börnin sín. 4 þeim líður vel. Olla og maður hennar gera ráð fyrir að heimsækja okkur næsta sumar þau eru lengst frá okkur - sunnarlega í Minnisota
Ekki veit eg hvort eg á að tala mikið um buskapinn hjá okkur; því hann er nú víst ekki í mikilli framför. og finnst mér það að mestu leiti að kenna því að hér er eins og annar staðar grimmasta dýrtíð, því öll
varan
enkum sem maður þarf að kaupa að; eru tiltölulega í mikið hærra verði en þær sem maður hefur að selja, svo inntektir hrokkva ekki fyrir útgjöldum svo við erum skuldungri núna síðastliði 2 ár en við vorum áður; Við höfum álíka margt af skepnum og í fyrra. eða um 50 gripi og nokkrar kin
g
dur, og 5 hesta. Svo byggðum við íveruhús og eldhús, því gömlu húsin voru orðin svo léleg og köld, og útsvarið er núna 80 dollar svo útgjöldin eru töluverð Kaup skóla kennara eru altaf að hækka og meira enn helmingur útsvarsins fer han
g
da skólanum
Það er nú kominn 7 jan. og þarf nú að fara að flýta mér með þetta, því eg sá nýlega að Lagarfoss ætti að koma 1 þ.m. og vil láta hann fara með þetta
annars fer það máské ekki fyr enn með Gullf í febrúar. En
nú
fæ eg bréf með Lagarfoss. spái
eg
því Hér var stofnað íslendsk lestrarfelag í júní s.l. og fengum við bækurnar í nóvember, besta bókin sem eg hef lesið af þeim er saga Íslands eftir J. J. Núna erum við lesa ”Góðir stofnar„ og þykir okkur þær vera nokkuð blendnar með pörtum skásta sagan af þeim, finnst mér ”Hækkanda stjarna„ af sögum J. T. sem eg hef lesið líka mér bestar Leysing og skilur hann þó ekki sem best við hana og
”Bessi
gamli„ hún er skrambi neyðarleg með pörtum En Gunnars Gunnarsons sögurn eru
eins
eru ekki þess virði að lesa þær; eg hafði lesið smásögurn eftir hann fyrir nokkrum árum og fara allar ílla, og nú nýlega las eg ”Ströndina„ og hef eg aldrei lesið
eins
andstyggilega sögu, og mér fynnst Kvaran hafa lagst við lágt að eiða tíma og peningum í að þýða annað
eins
því00
; ekki vantar þó mælgina
en
og meira en helmingur sögunnar efnislaus orðaleikur
eð eins
St. G. St segir; ”altaf í þynnra þynna„ o.sl.frs.
Hefur þú fengið ”Stjörnuna„ sem Lína sendir þér nú á hún að stækka á þessu ári, það er margt vel sagt í því riti, og hollari hugsanir í því en þessu skáldsagnarusli sem nútíðarskáldin, flest unga út á því sviði auðséð afturför, minnsta kosti nær ekkert íslensks nútíðarsöguskáld Jóni Thoroddsen nema ef það væri G. á Sandi að vísu eru sögur hans flestar stutta, það eru líka sögur C Anderssen og eg spái að sögur G. verði endingarbetri en
00
margar
þessar löngu þulur hinna.
Segja mátt þú Kristínu á Grænavatni að eg viti ekki neitt um, hvernin
Dr.
Benidigt líði, er samt hérum bil víst að hann er en á lífi, eg spruði J. frænda eftir honum í bréfum mínum en síðast þegar Jón skrifaði mér sagðist hann ekki hafa náð tali af honum í meira en ár, sagði að þeir lifðu sinn í hverjum enda bæjarins Chigago, og Jón ferðaðist lítið um bæinn var
víst
orðinn býsna hrumur, og þrotinn að kröftum, þó sálin
héldi
sér vel; eða betur
enn
Jón yngri bróðir hans, sem nú hvað vera kominn á sinnisveikra hæli; átti síðast heimili nálægt Vynyard Sask. Eg sá hann einusinni eða 2, í North-Dakota og fanst mér hann fálátur og kynntist honum því ekkert. en heyrði honum hælt fyrir göfuglyndi og mannúð. Önnur dóttir Brynjólfs Jónssonar er búin að vera mörg ár á geðveikrahæli í Selkyrk og sagt að 1 sonur hans (Kristinn) sé ekki vel sterkur á sinninu heldur, og dóttir hanns n.l. B. sem
heima
er og stundar nú heimilið með föður sínum, var um eitt skeið, þjáð af sama veikleikanum, og er slikt í mesta máta raunalegt.
Eg held eg geti svo ekki sagt meira í þetti sinn því þó eg segi engar fréttir, í því; þá, ef þú færð það sem eg vona, þá færðu þó að vita með því að eg tóri enn þá. bið svo að heilsa öllum ykkur; og vona að við eigum enn eftir að sjást minnsta kosti andlega; en ekki fýsir mig að ferðast með fossonum persónlega, þeir eru búnir að sýna það að þeim hefur lærst a
g
ð okra. eða hvað sýnist ykkur. Góða nótt.
14 januar,. Svona gengur það bréfið ekki farið enn Og í dag fékk eg bréf frá Sollu Bjarnarson og í því, var sú góða sending frá þér, eða bréf þitt til hennar af 10 nóv. s.l. sem þú leyfðir henni að senda mér, sé þar meðal annars að þú hefur verið veik, en vona samt að þú lifir það að lesa þessar línur og kominn til heilsu aftur.
Nú er mynd
og
æfiminning Jóns Halldórssonar í Heimskringl 7 janur er líklega eftir Sigfús stutt og laggott. Eg hef fengið ávæning af því
að
eitthvað sé til ritað eftir J. H. sem með
tíð
og tíma verði byrt en vil ekki fara með hvað það er. og bréfin hanns sýna að hann hefur hugsað æði mikið meira en almennt gerist, um menn í hanns stöðu. Í dag frétti eg það að Bryjólfur Jonsson Tómassonar lægi veikur og ekki hugað líf, ekki undarlegt, því víst er sá máður búin að inna af hendi þungt dagsverk, enda lengst af hraustur bæði líkamlega og andlega; en öllu má ofbjóða enda er ”hvildin þjáðum þægust„.
Ekki nefnir þú í bréfi Sollu
r
og máské ekki von heldur að ykkur voru snemma sumar s.l.
sendar
2 myndir; Önnur af Jóhann og hin af Önnu eða Arnínu, sem eg
álf
að kalla hana; líka sendi Lína þér í sumar ”Stjörnuna„ ritstjóri Davíð Guðbrandsson S. D. A. nú á hún að koma út mánaðarlega; éða 4 sinnum á ári. Hún er fjölbreytt að efni og einlægni og sannleiksást meiri en nú geri
ð
st í bóka og blaðaheiminum.
Eg sé í bréfi þínu til Sollu
og áður
, að þið fáið aldrei almanökin hans Ó Þ. og það undrar mig ekki, því eg er hættur fyrir löngu að kaupa það og hef þá
eðlega
ekki sent þau heldur. Eins og þið munið sendi eg einusinni 16
árganga í einu og sumt af því kom víst aldrei tila, og ”12 mars 1912. hef eg sent Stefai br. almanak„ ”Boggu systir, bréf og myndir og almanök til Stefans br. 20 febrúar 1913.„ Þetta hef eg skrifað í syrpu minni, en
eftir
bréfum ykkar að dæma hafa 2 þessar s.n. sendingar ekki komið til skila? svo þið sjáið að það var ekki nein hvöt fyrir mig; frá því sjónarmiði, að halda áfram að senda þau. En sem sagt, er eg alveg hættur við að kaupa það, og svo sagði S. mér einusinni í bréf að það væri hanns meining
helst
. að fá þau fyrir sveitarfelagið, og sá þá strax að langbesta aðferðin
yrði
að fá þau beint frá útgefandanum. Í bréfi Sollu segir þú að eg muni ekki hafa fengið ”Rétt„ en nú sérðu að eg hef hann, man ekki hvennær það var en líklega hefur það verið í apríl eða maí s.l. 6. hefti; hvert öðru betra. Eg hef beðið nöfnu þína um myndir af börnum hennar handa þér og núna sendir Olla þér myndir af sínum börnum; Grace Jingibjörg og Robert Þórarinn. Grace (frambr Greis) er fædd 17 nóv. 1917. en drengurinn er fæddur 13 maí 1919.
Og svo ekki meira elsku systir! mín í þetta sinn núna hérna heima, við gömlu hróin kl. 9 að k
l
voldi Jóhann og Arnín og Björn að hátta og skríkja hvert framaní annað, kaldara veður þó ekki mjög frosthart en ofninn og Rauður hita okkur. og ekki sparað að leggja í hann, því nóg er af skógunum í Canada, sem betur fer. Guð gefi þér og öllum gott og farsælt ár, og lifið eins vel og lengi og þið getið. Biðjum öll að heilsa þér og
systk
bræðrum okkar. Þess óskar þinn elskand br. Thor. Stephansson